Bréfritari: Lárus Bjarnason
Dagsetning: A-1898-01-10
Skrifað á: Vesturheimi

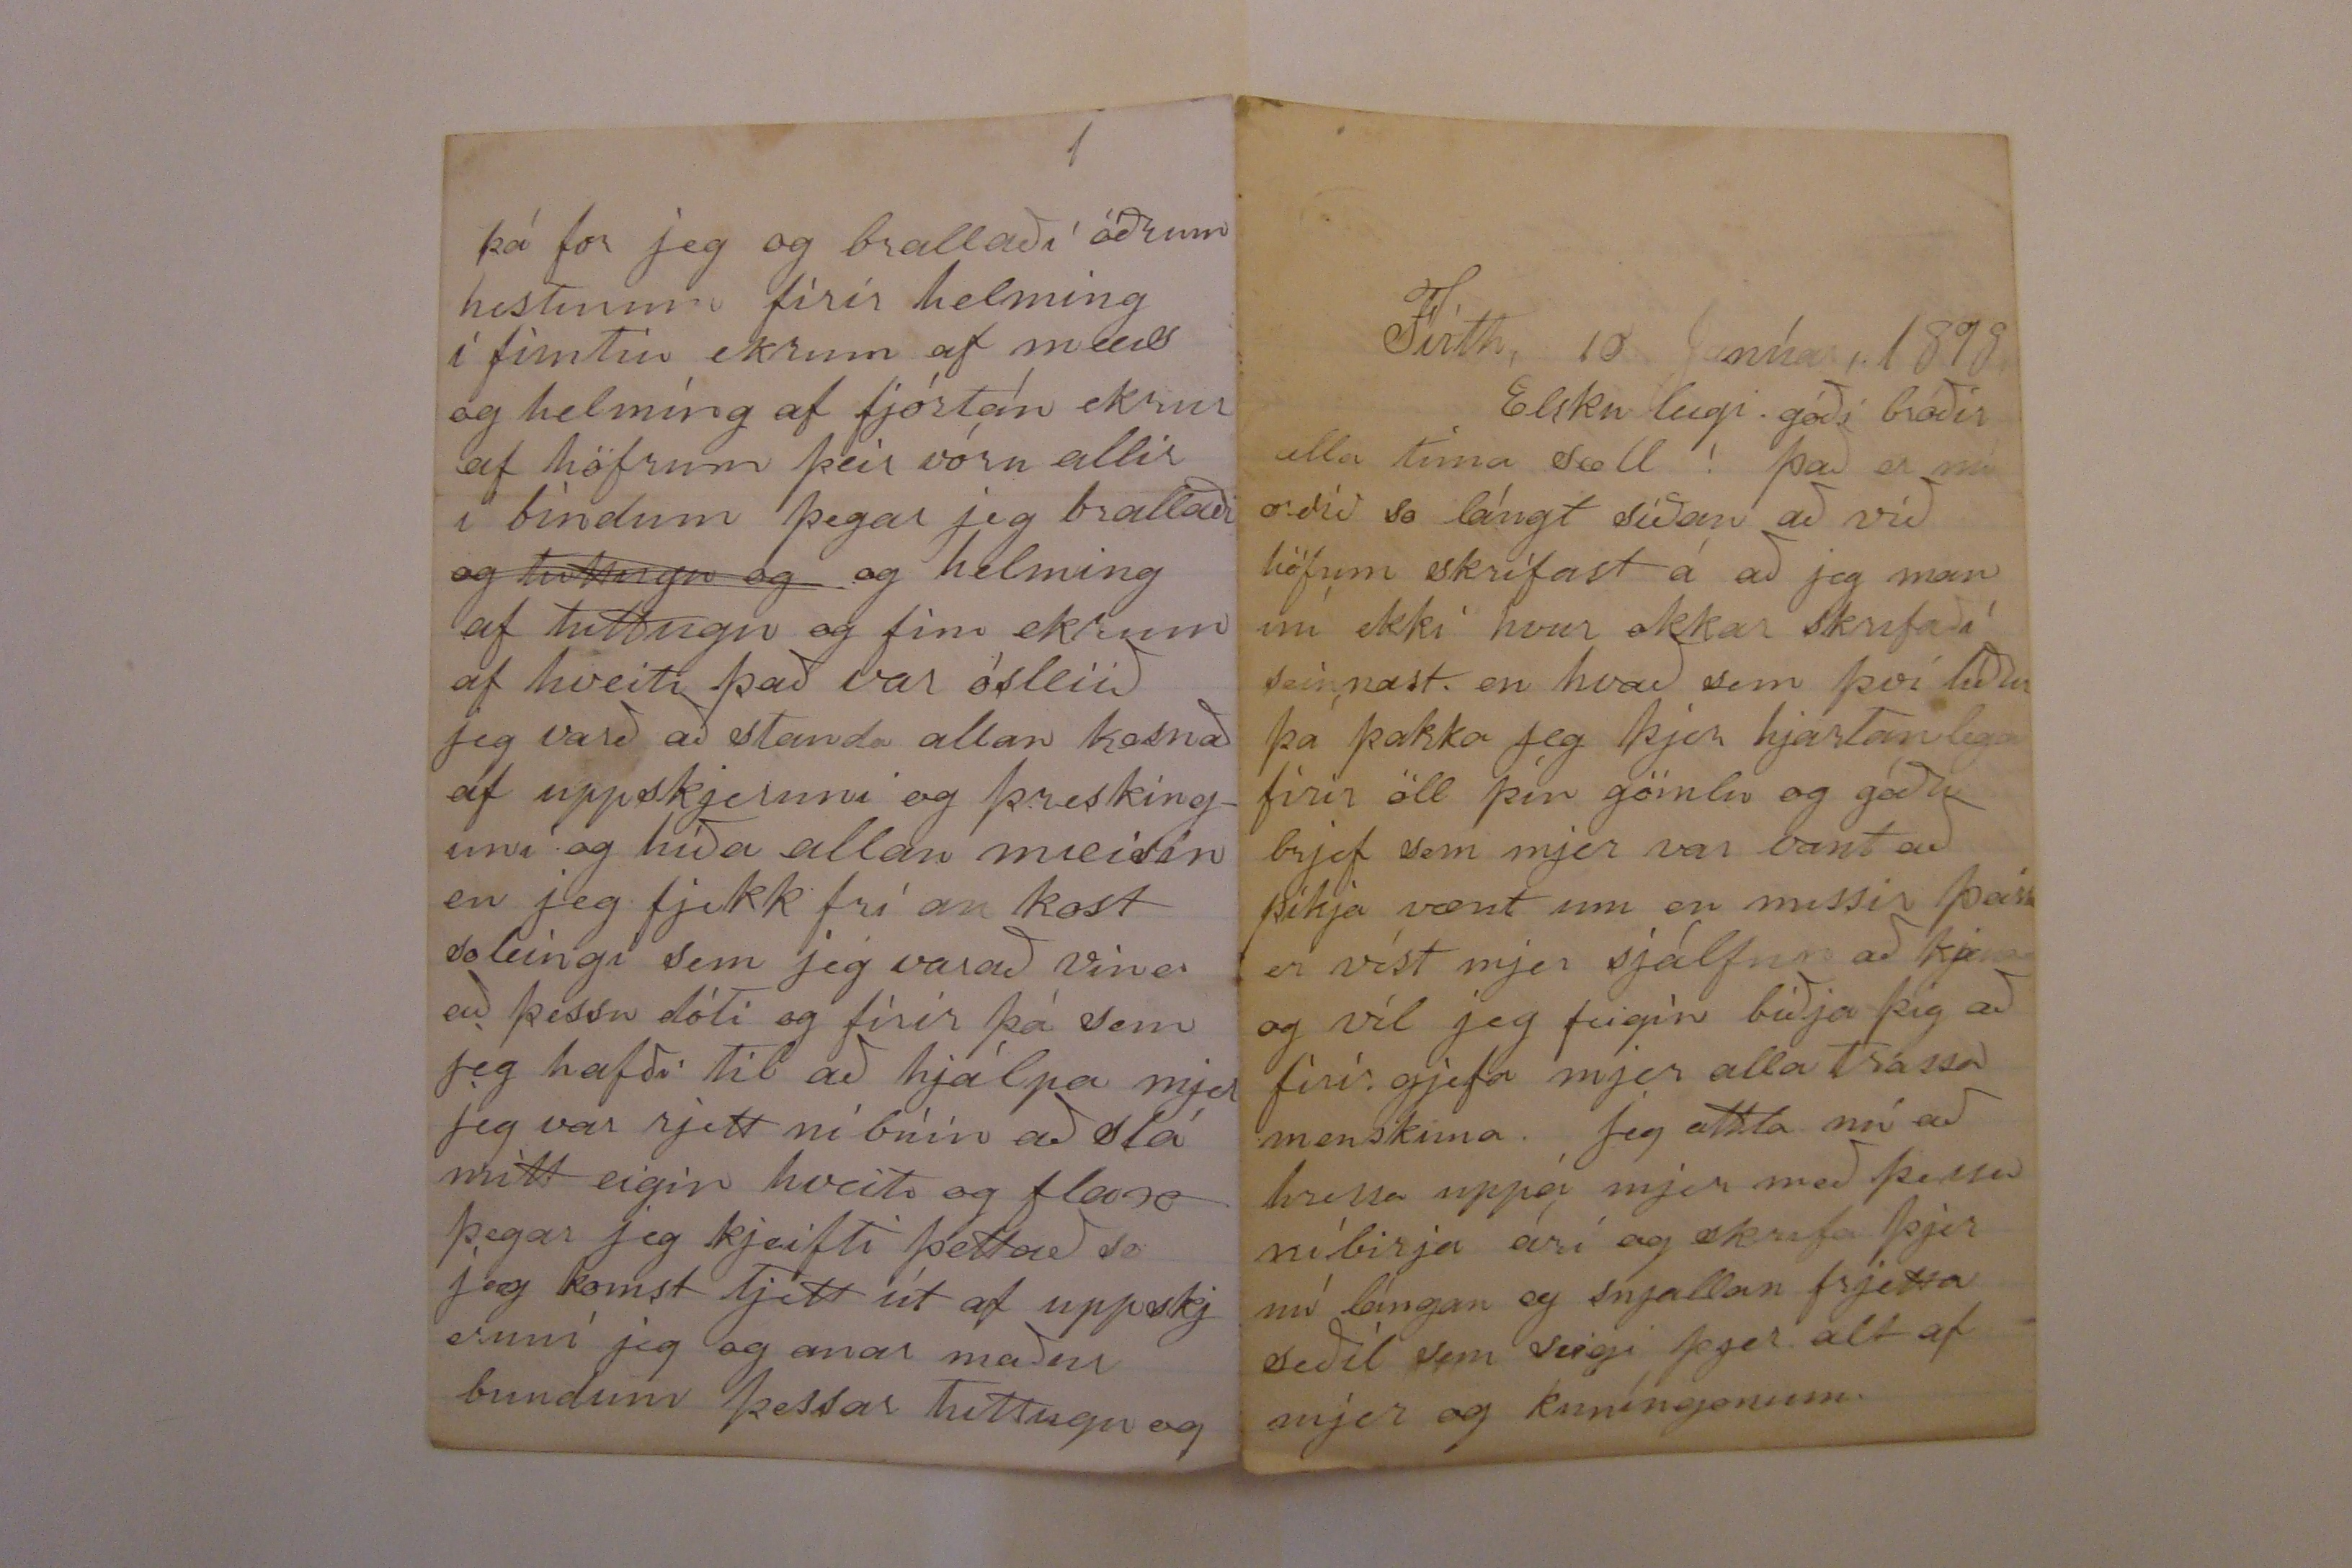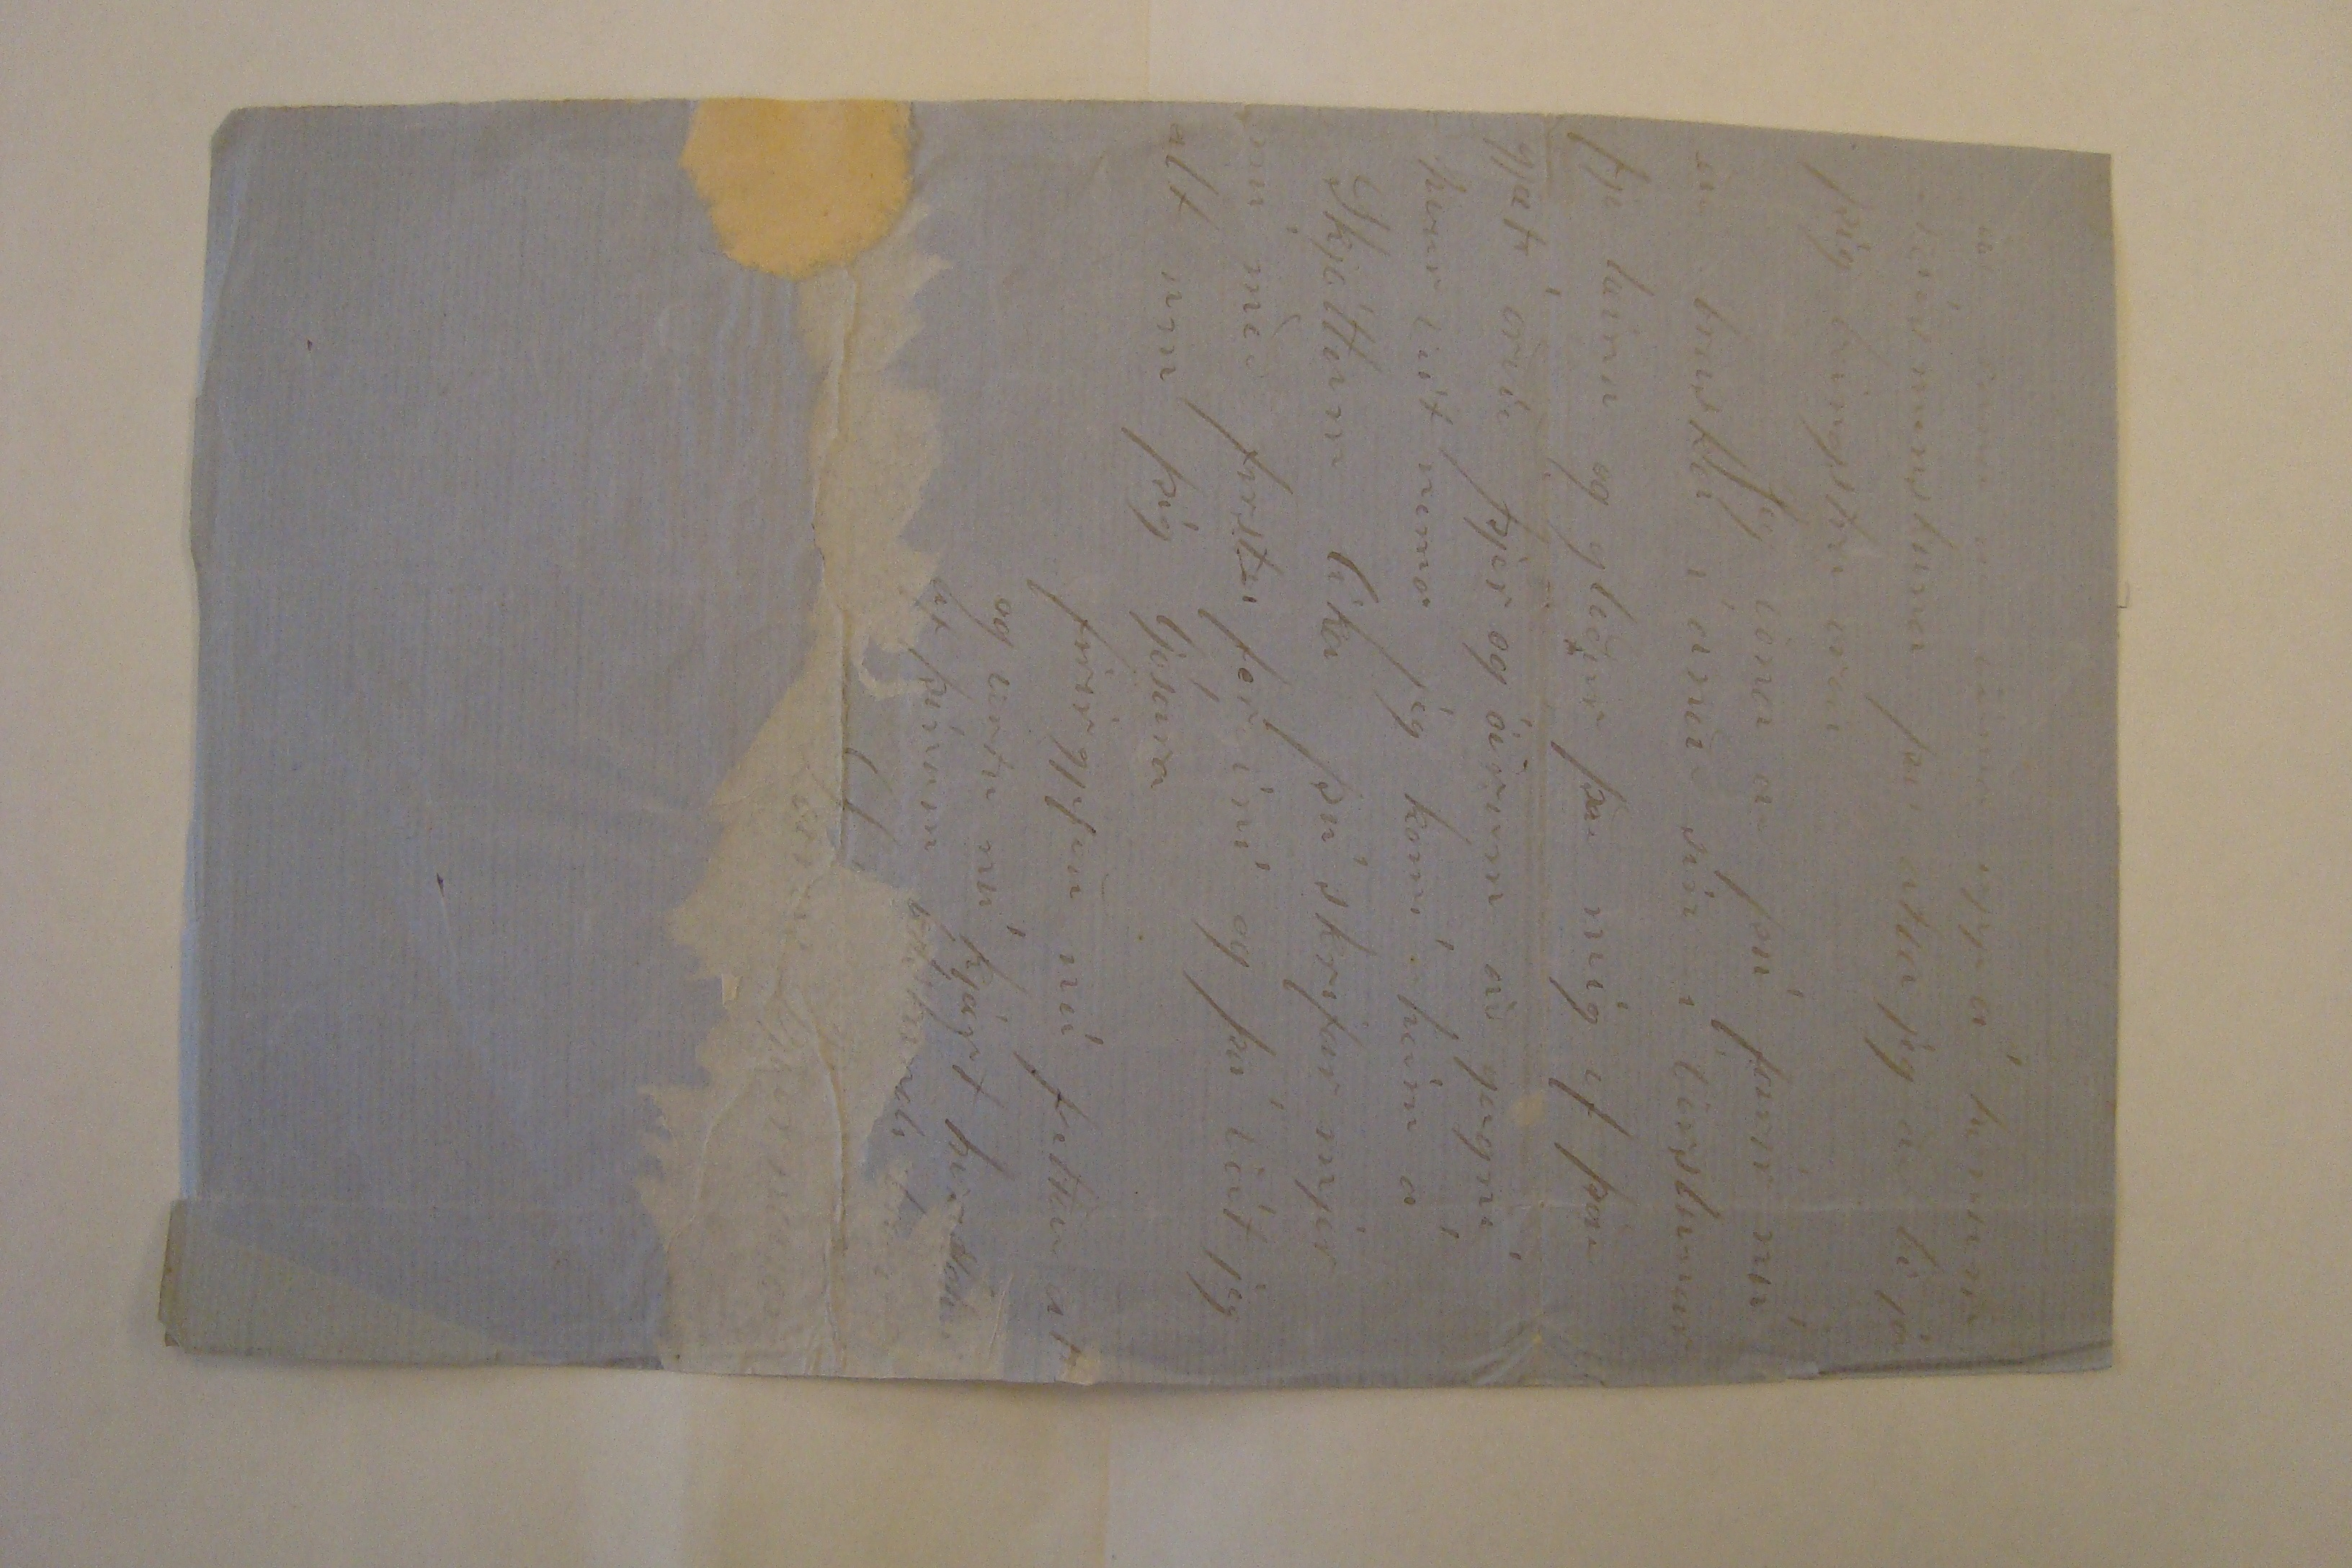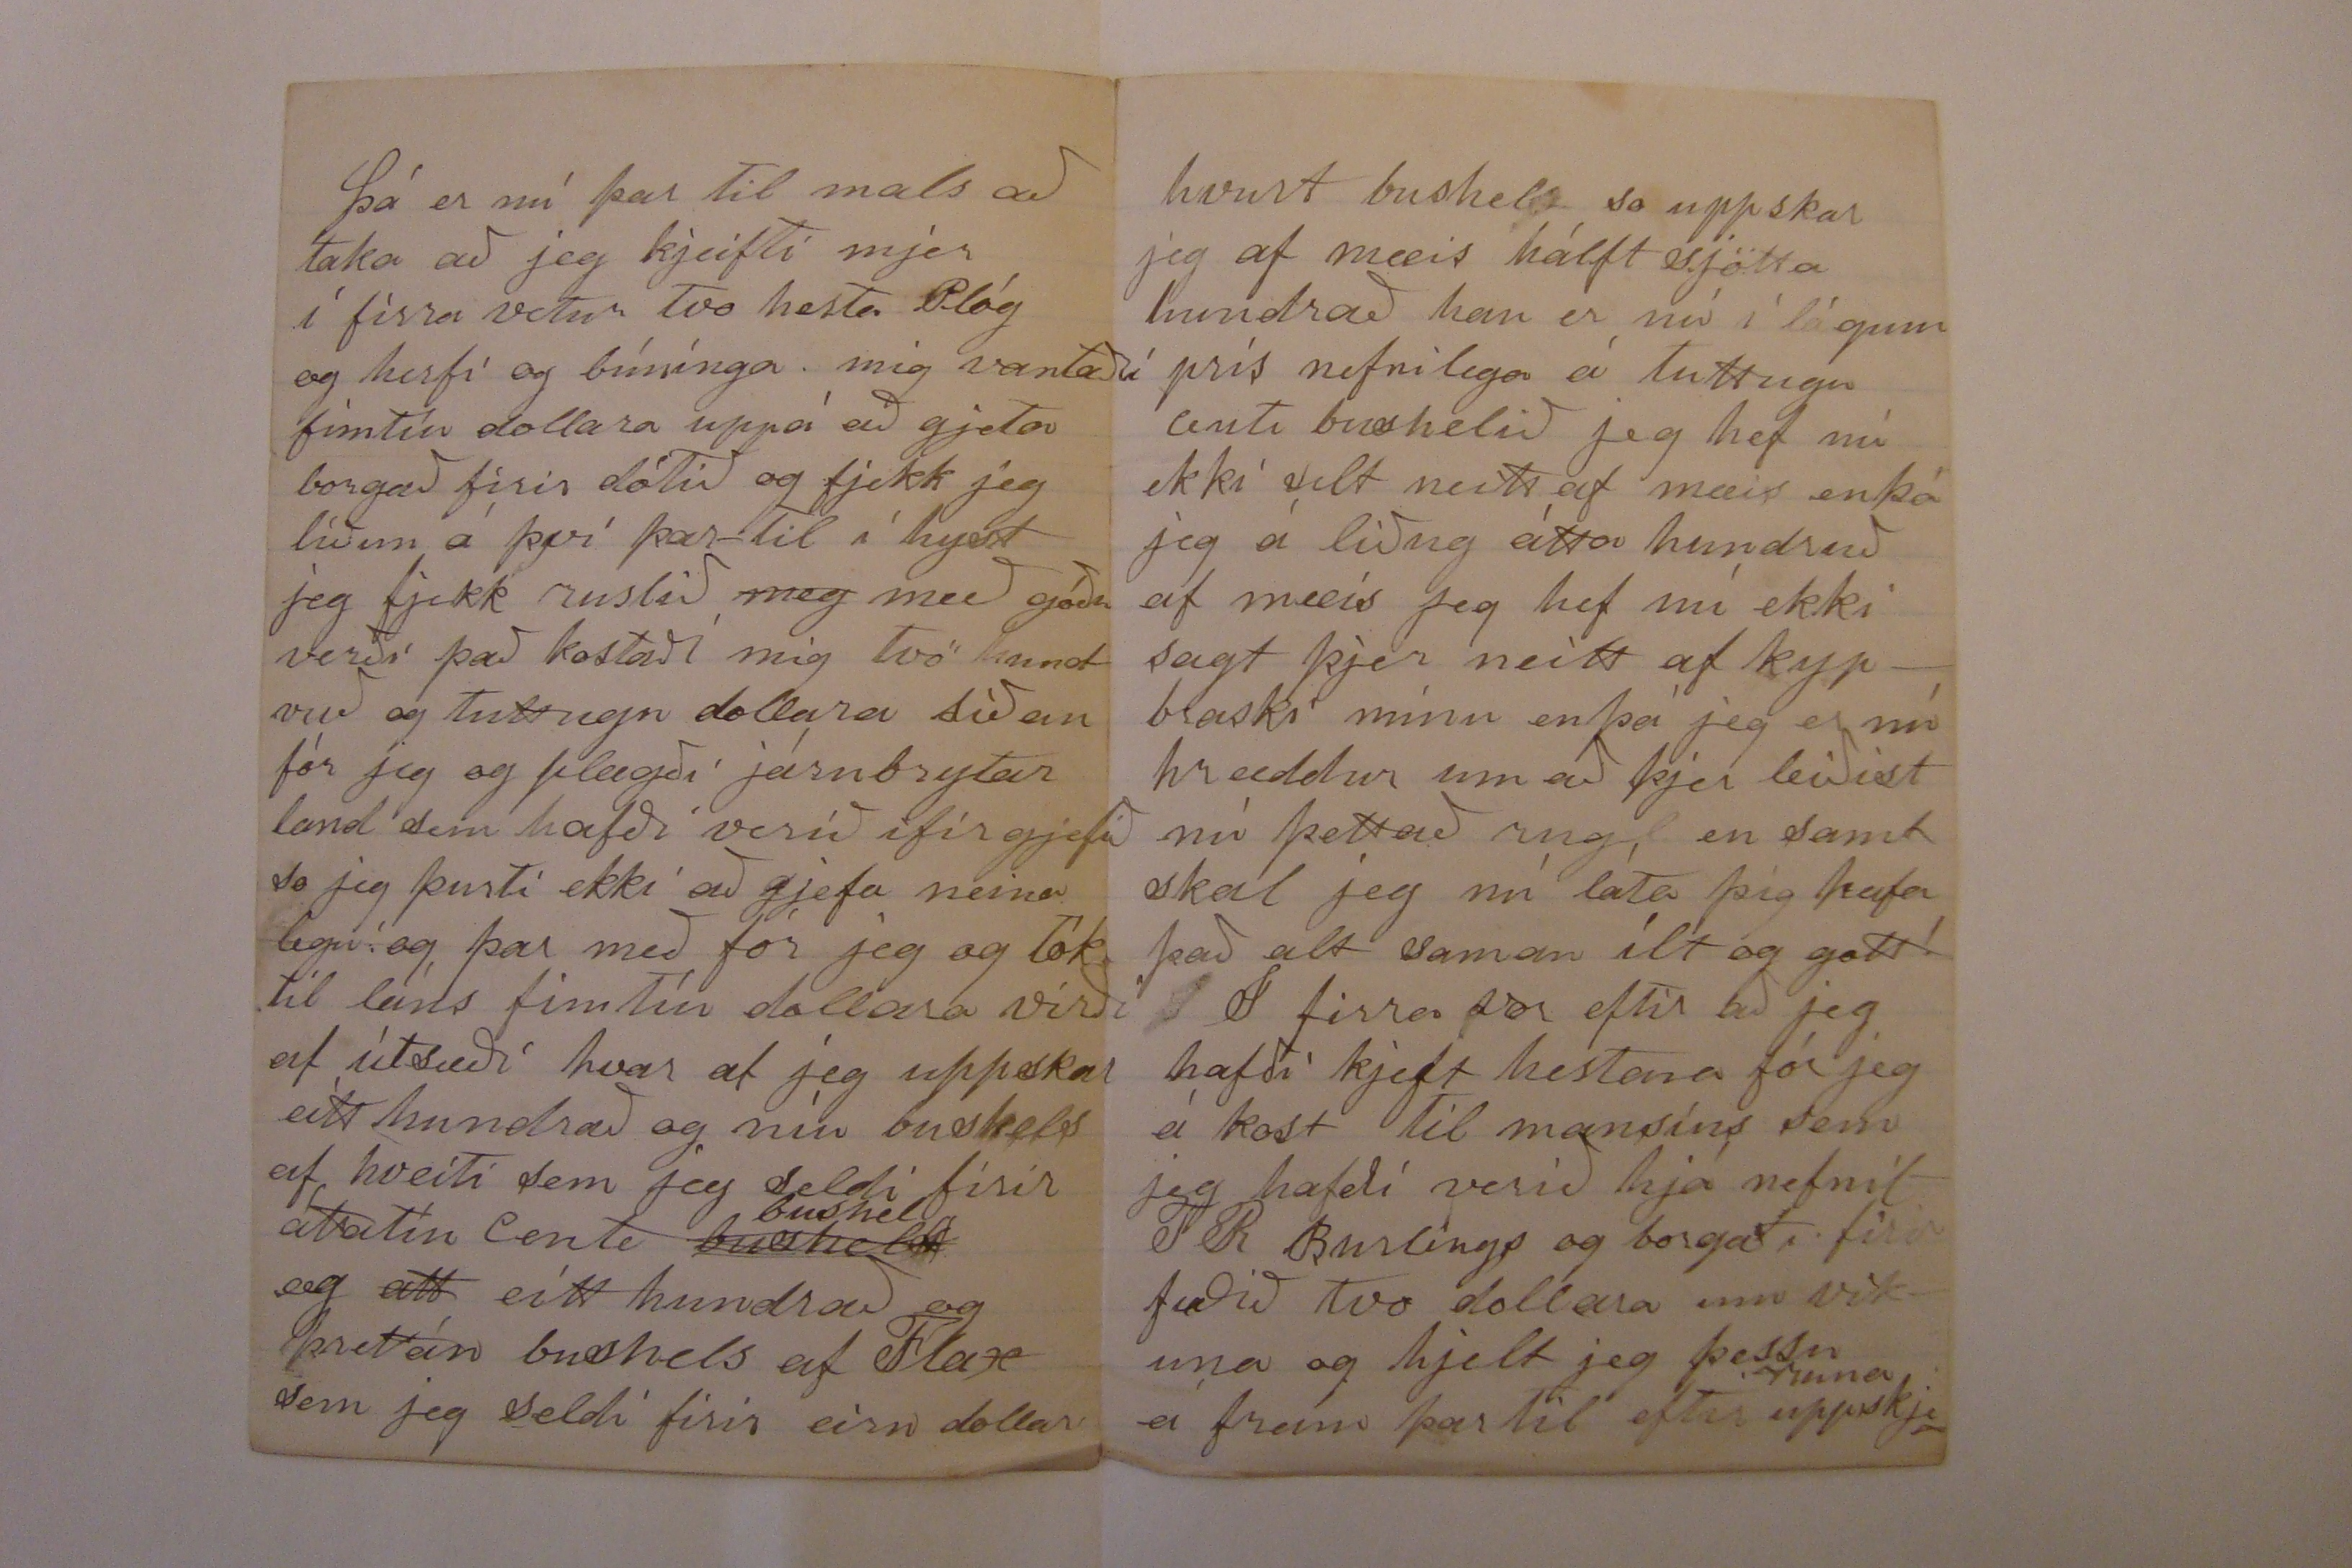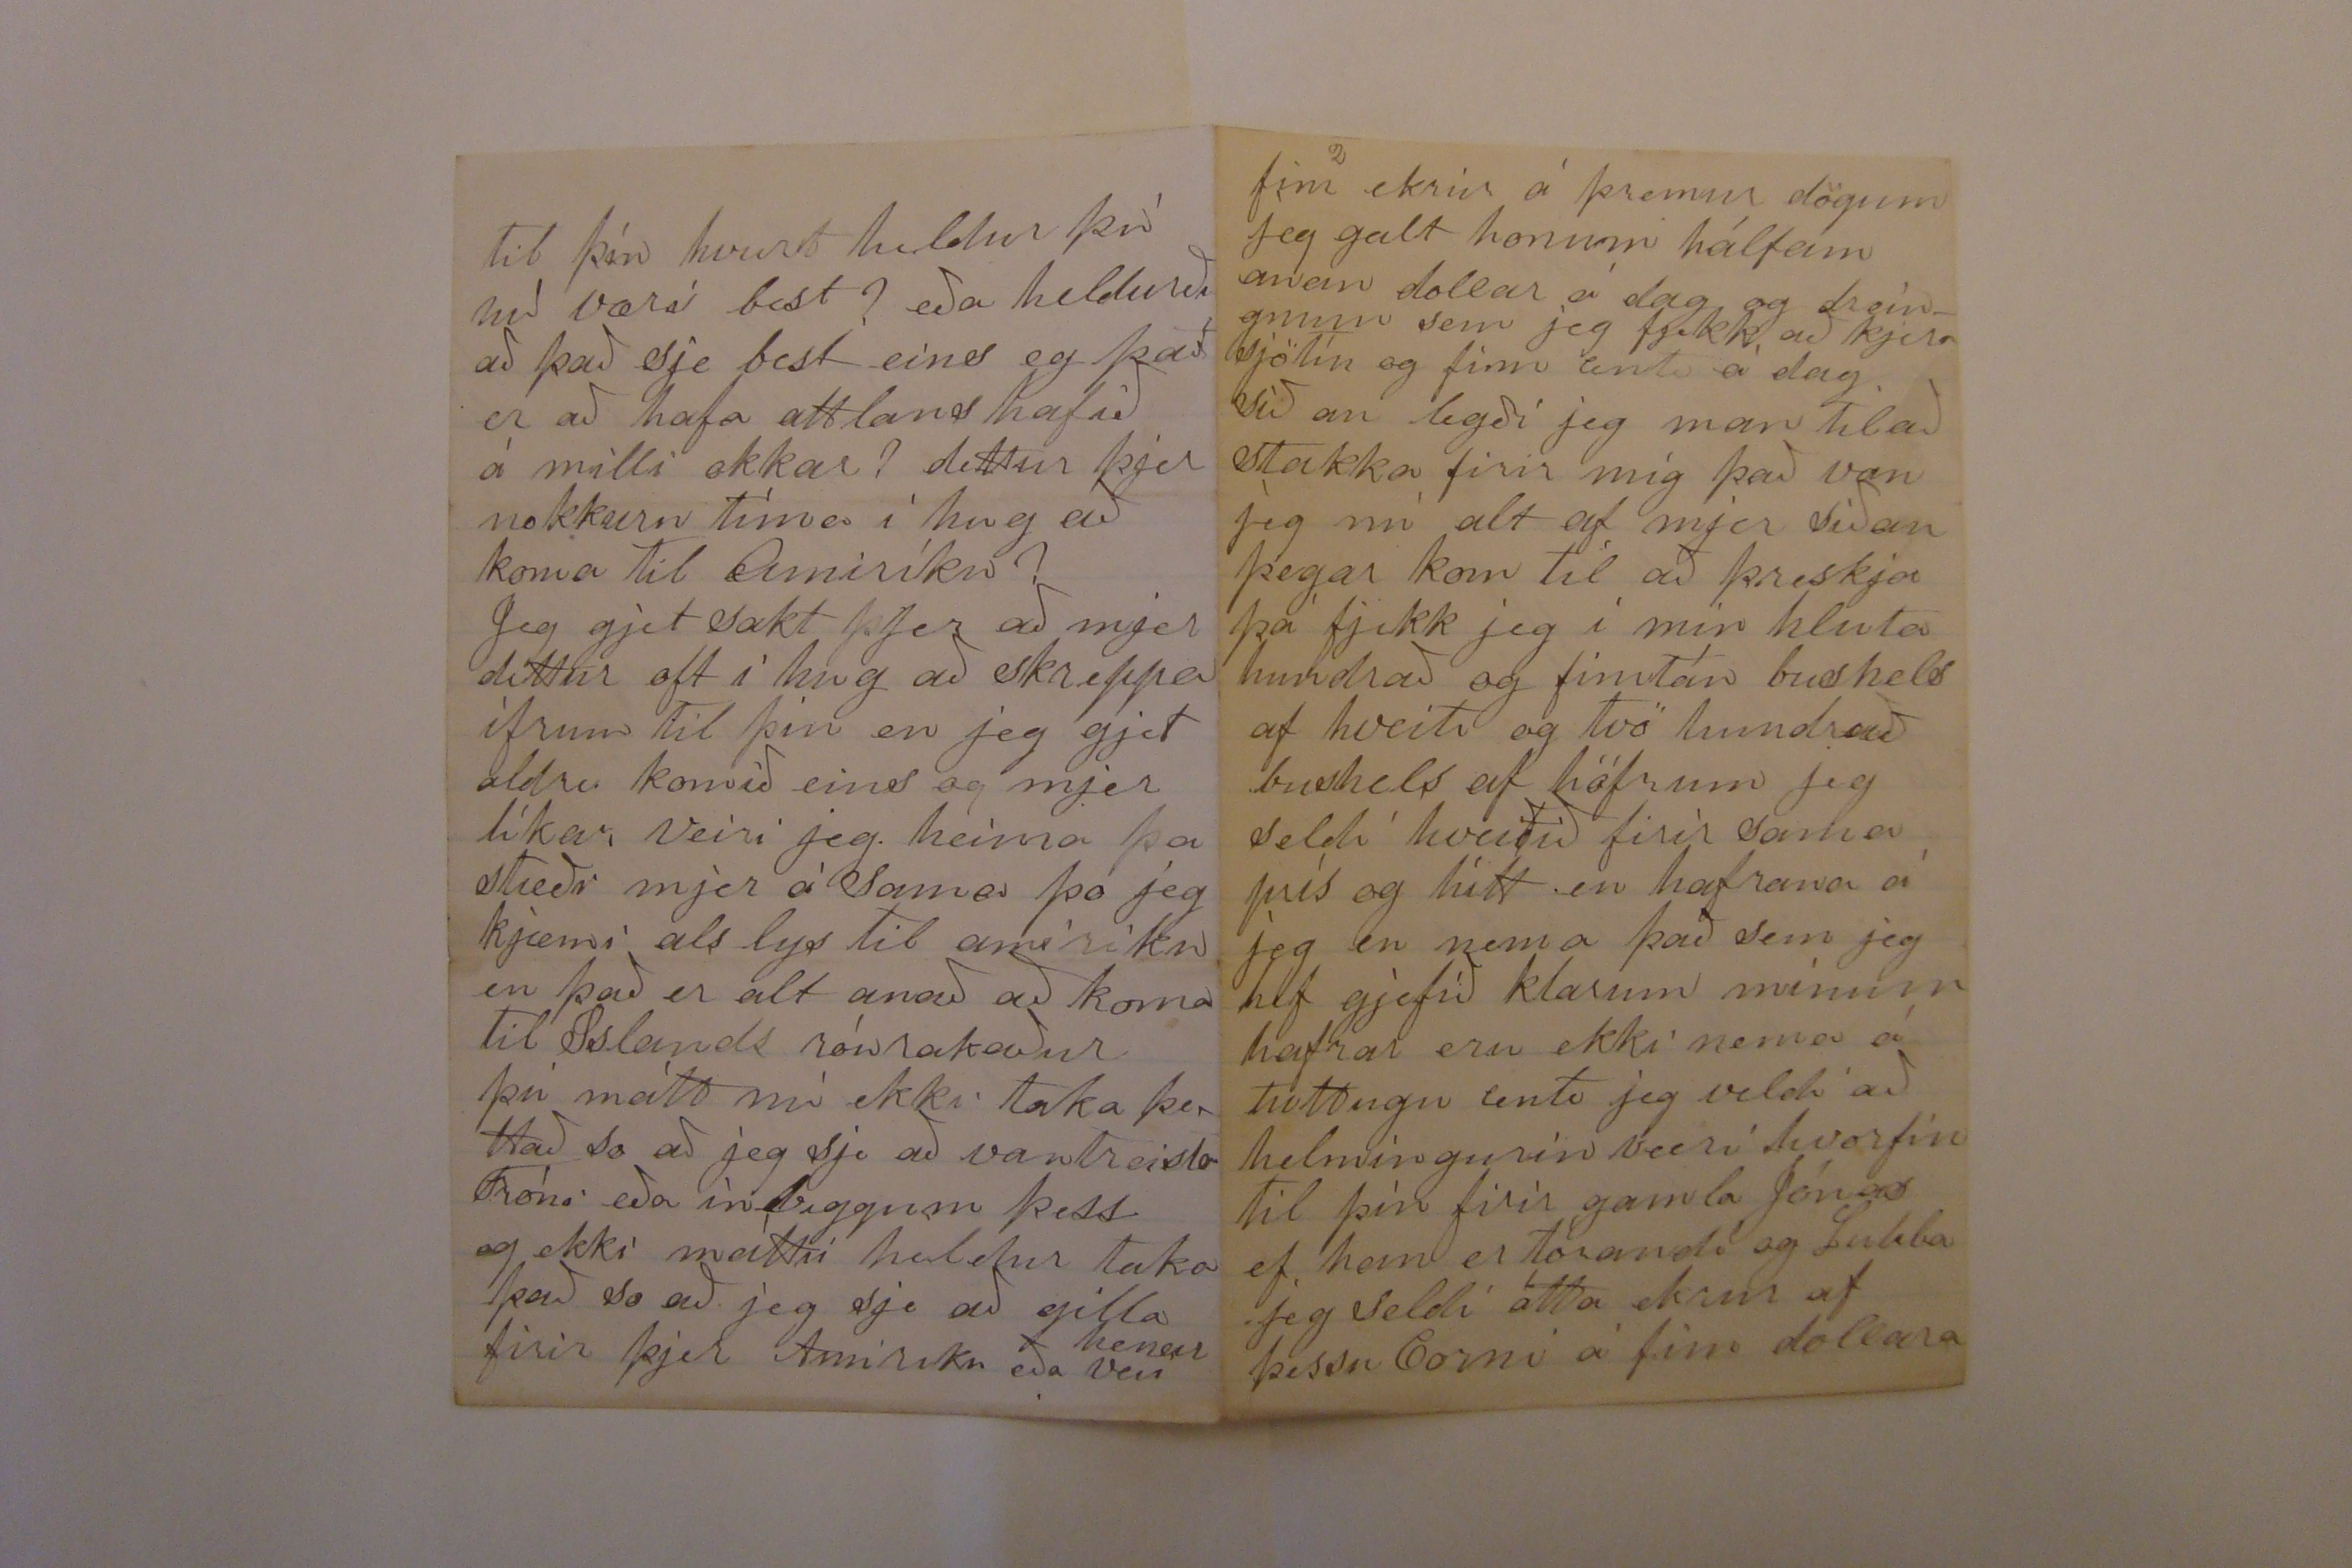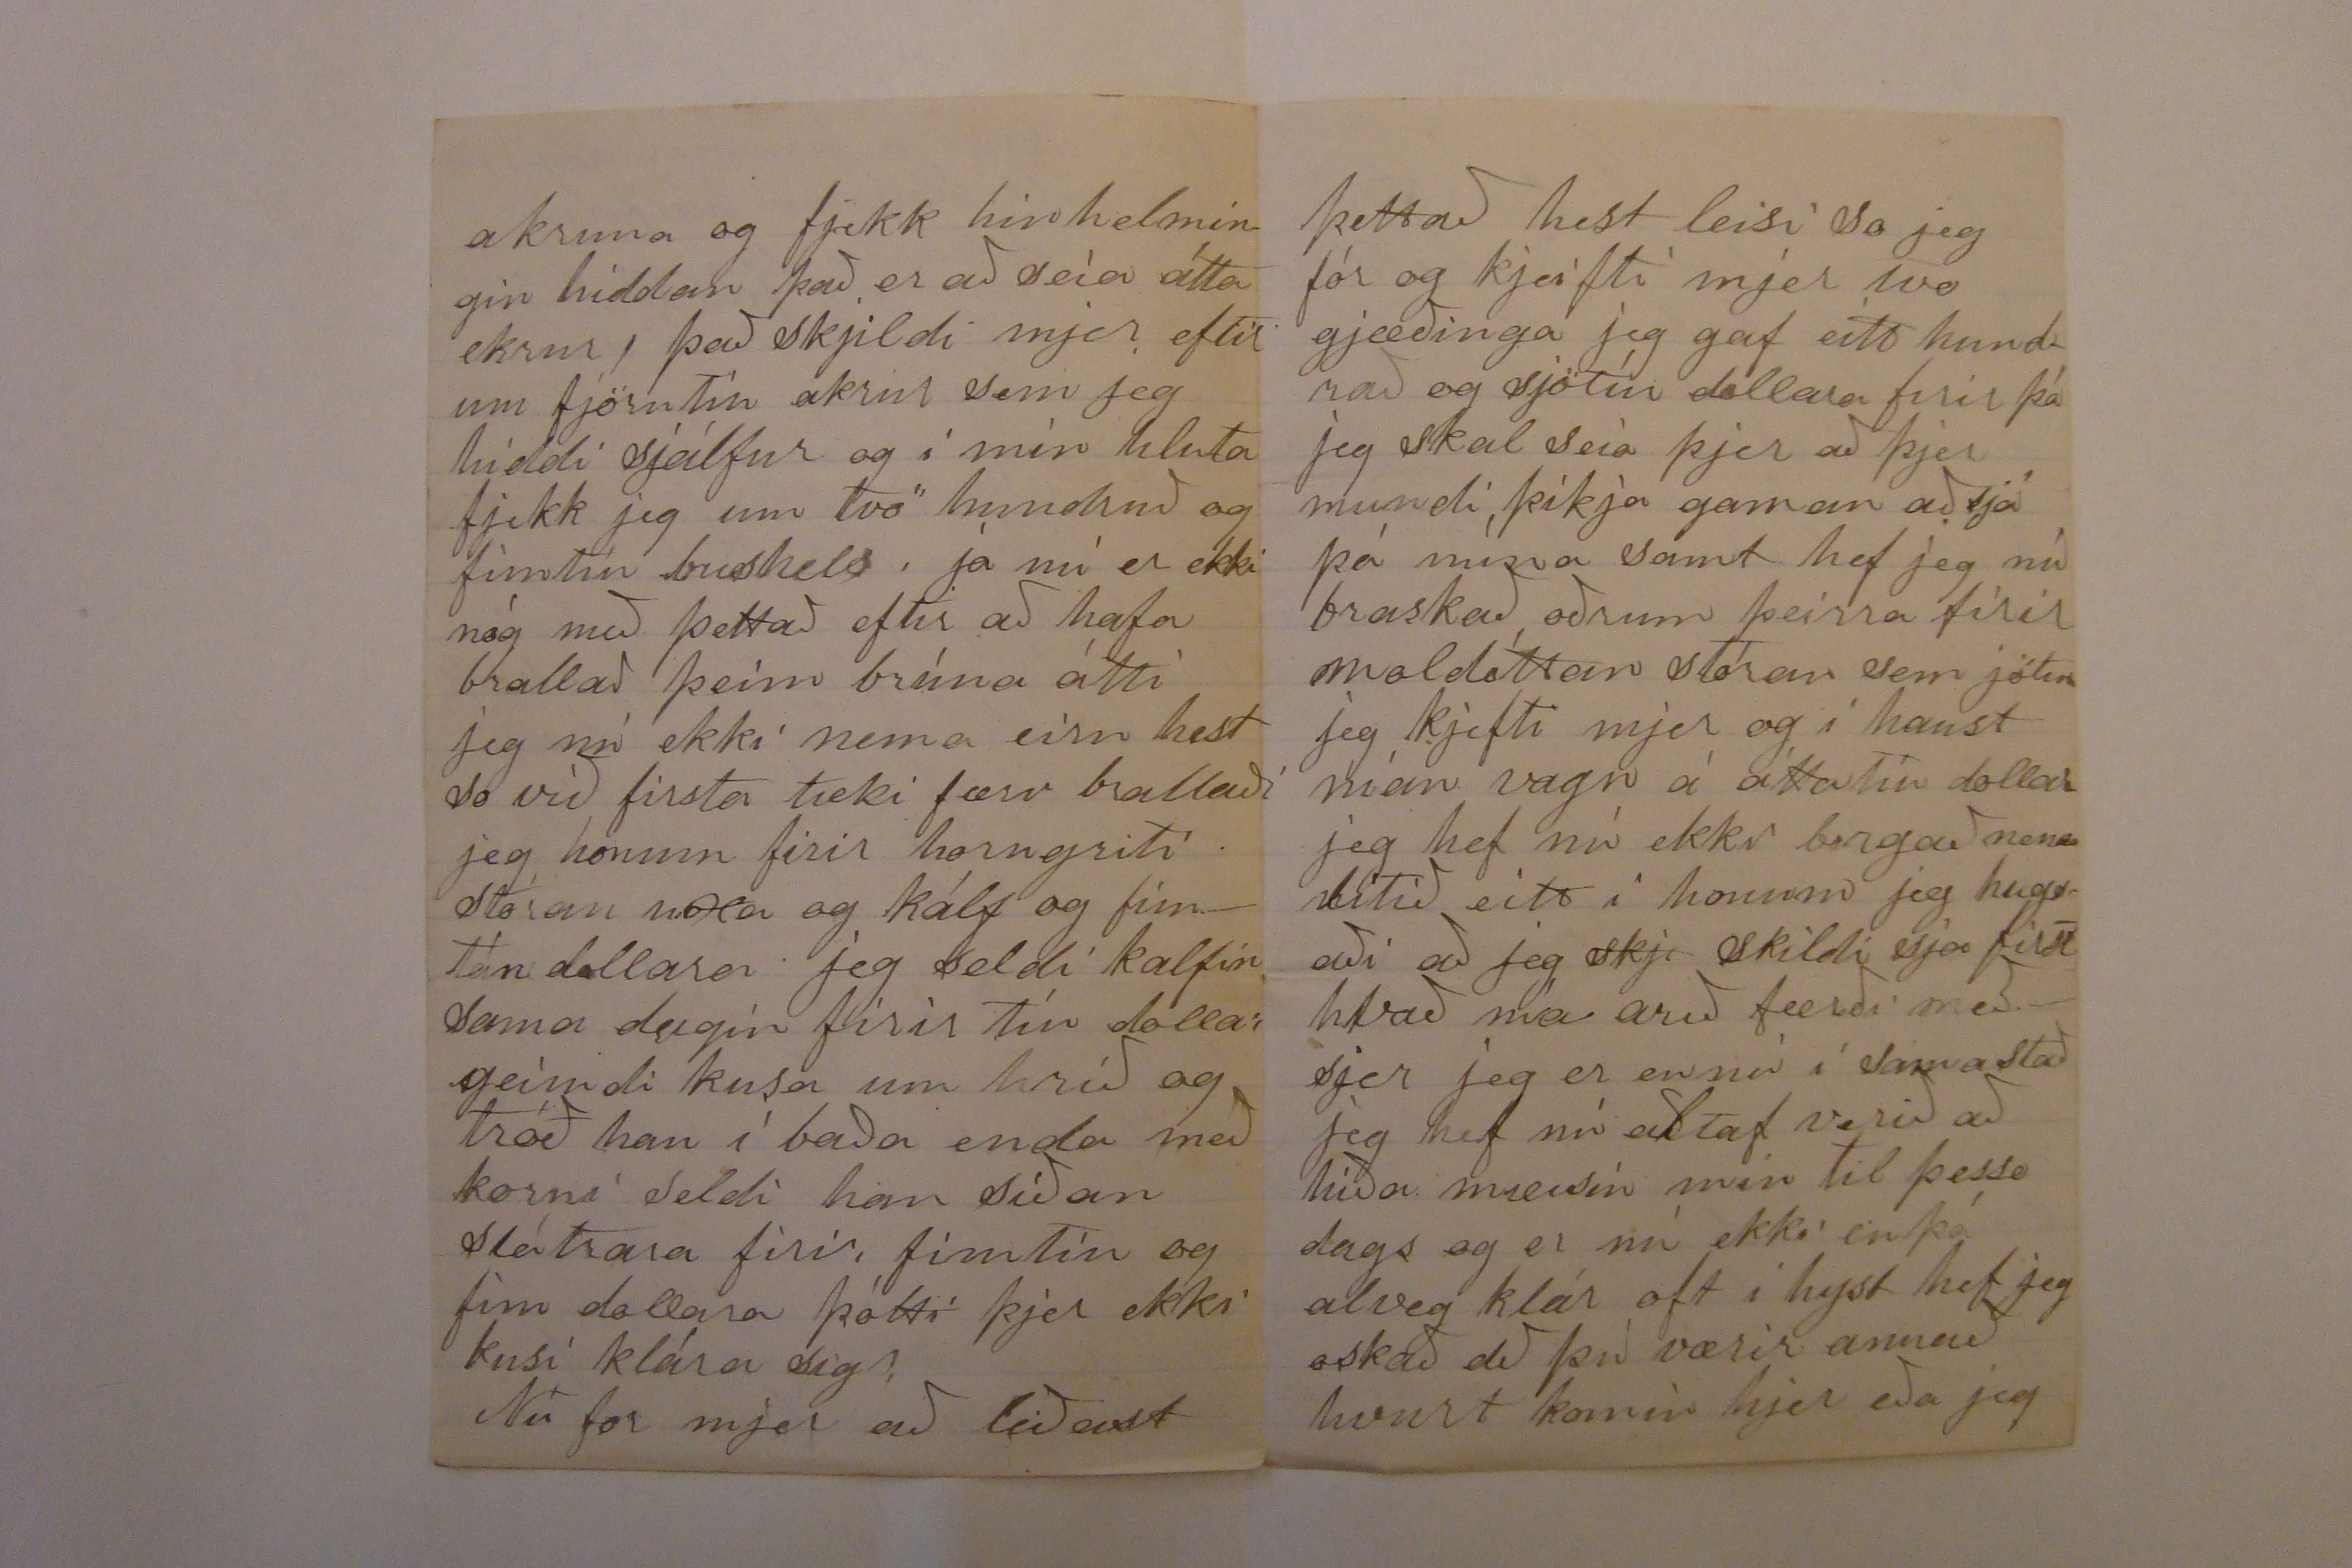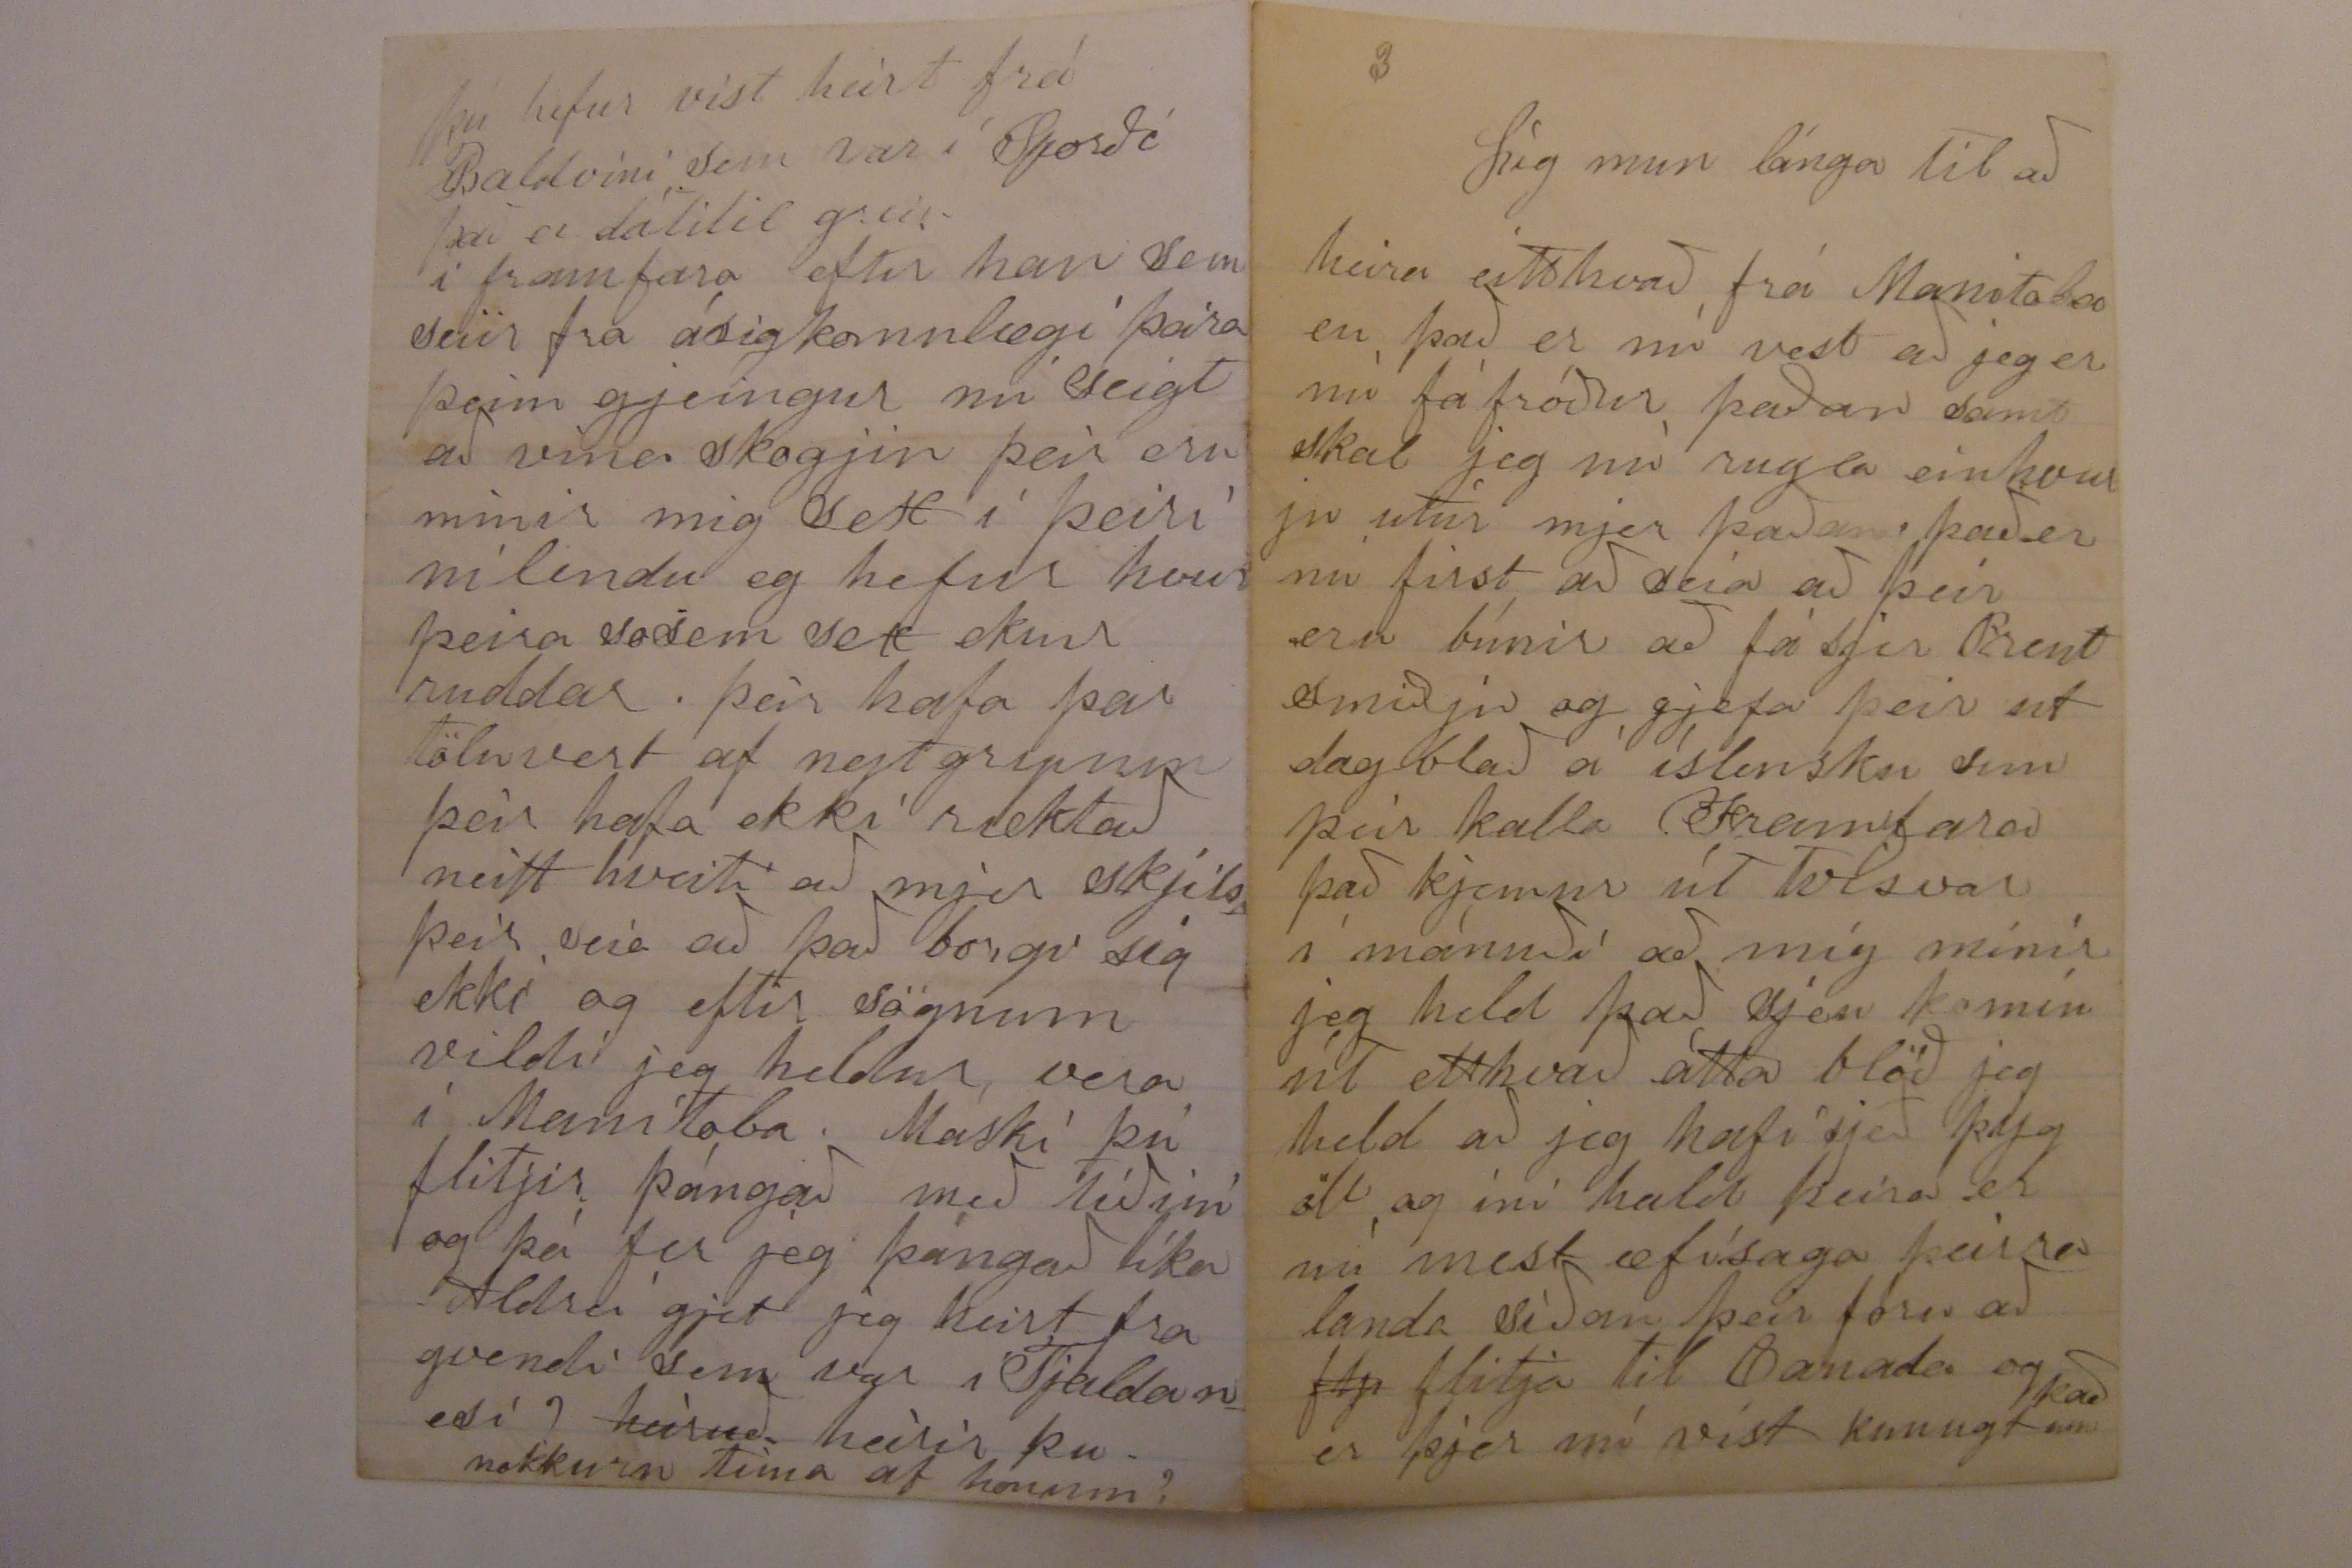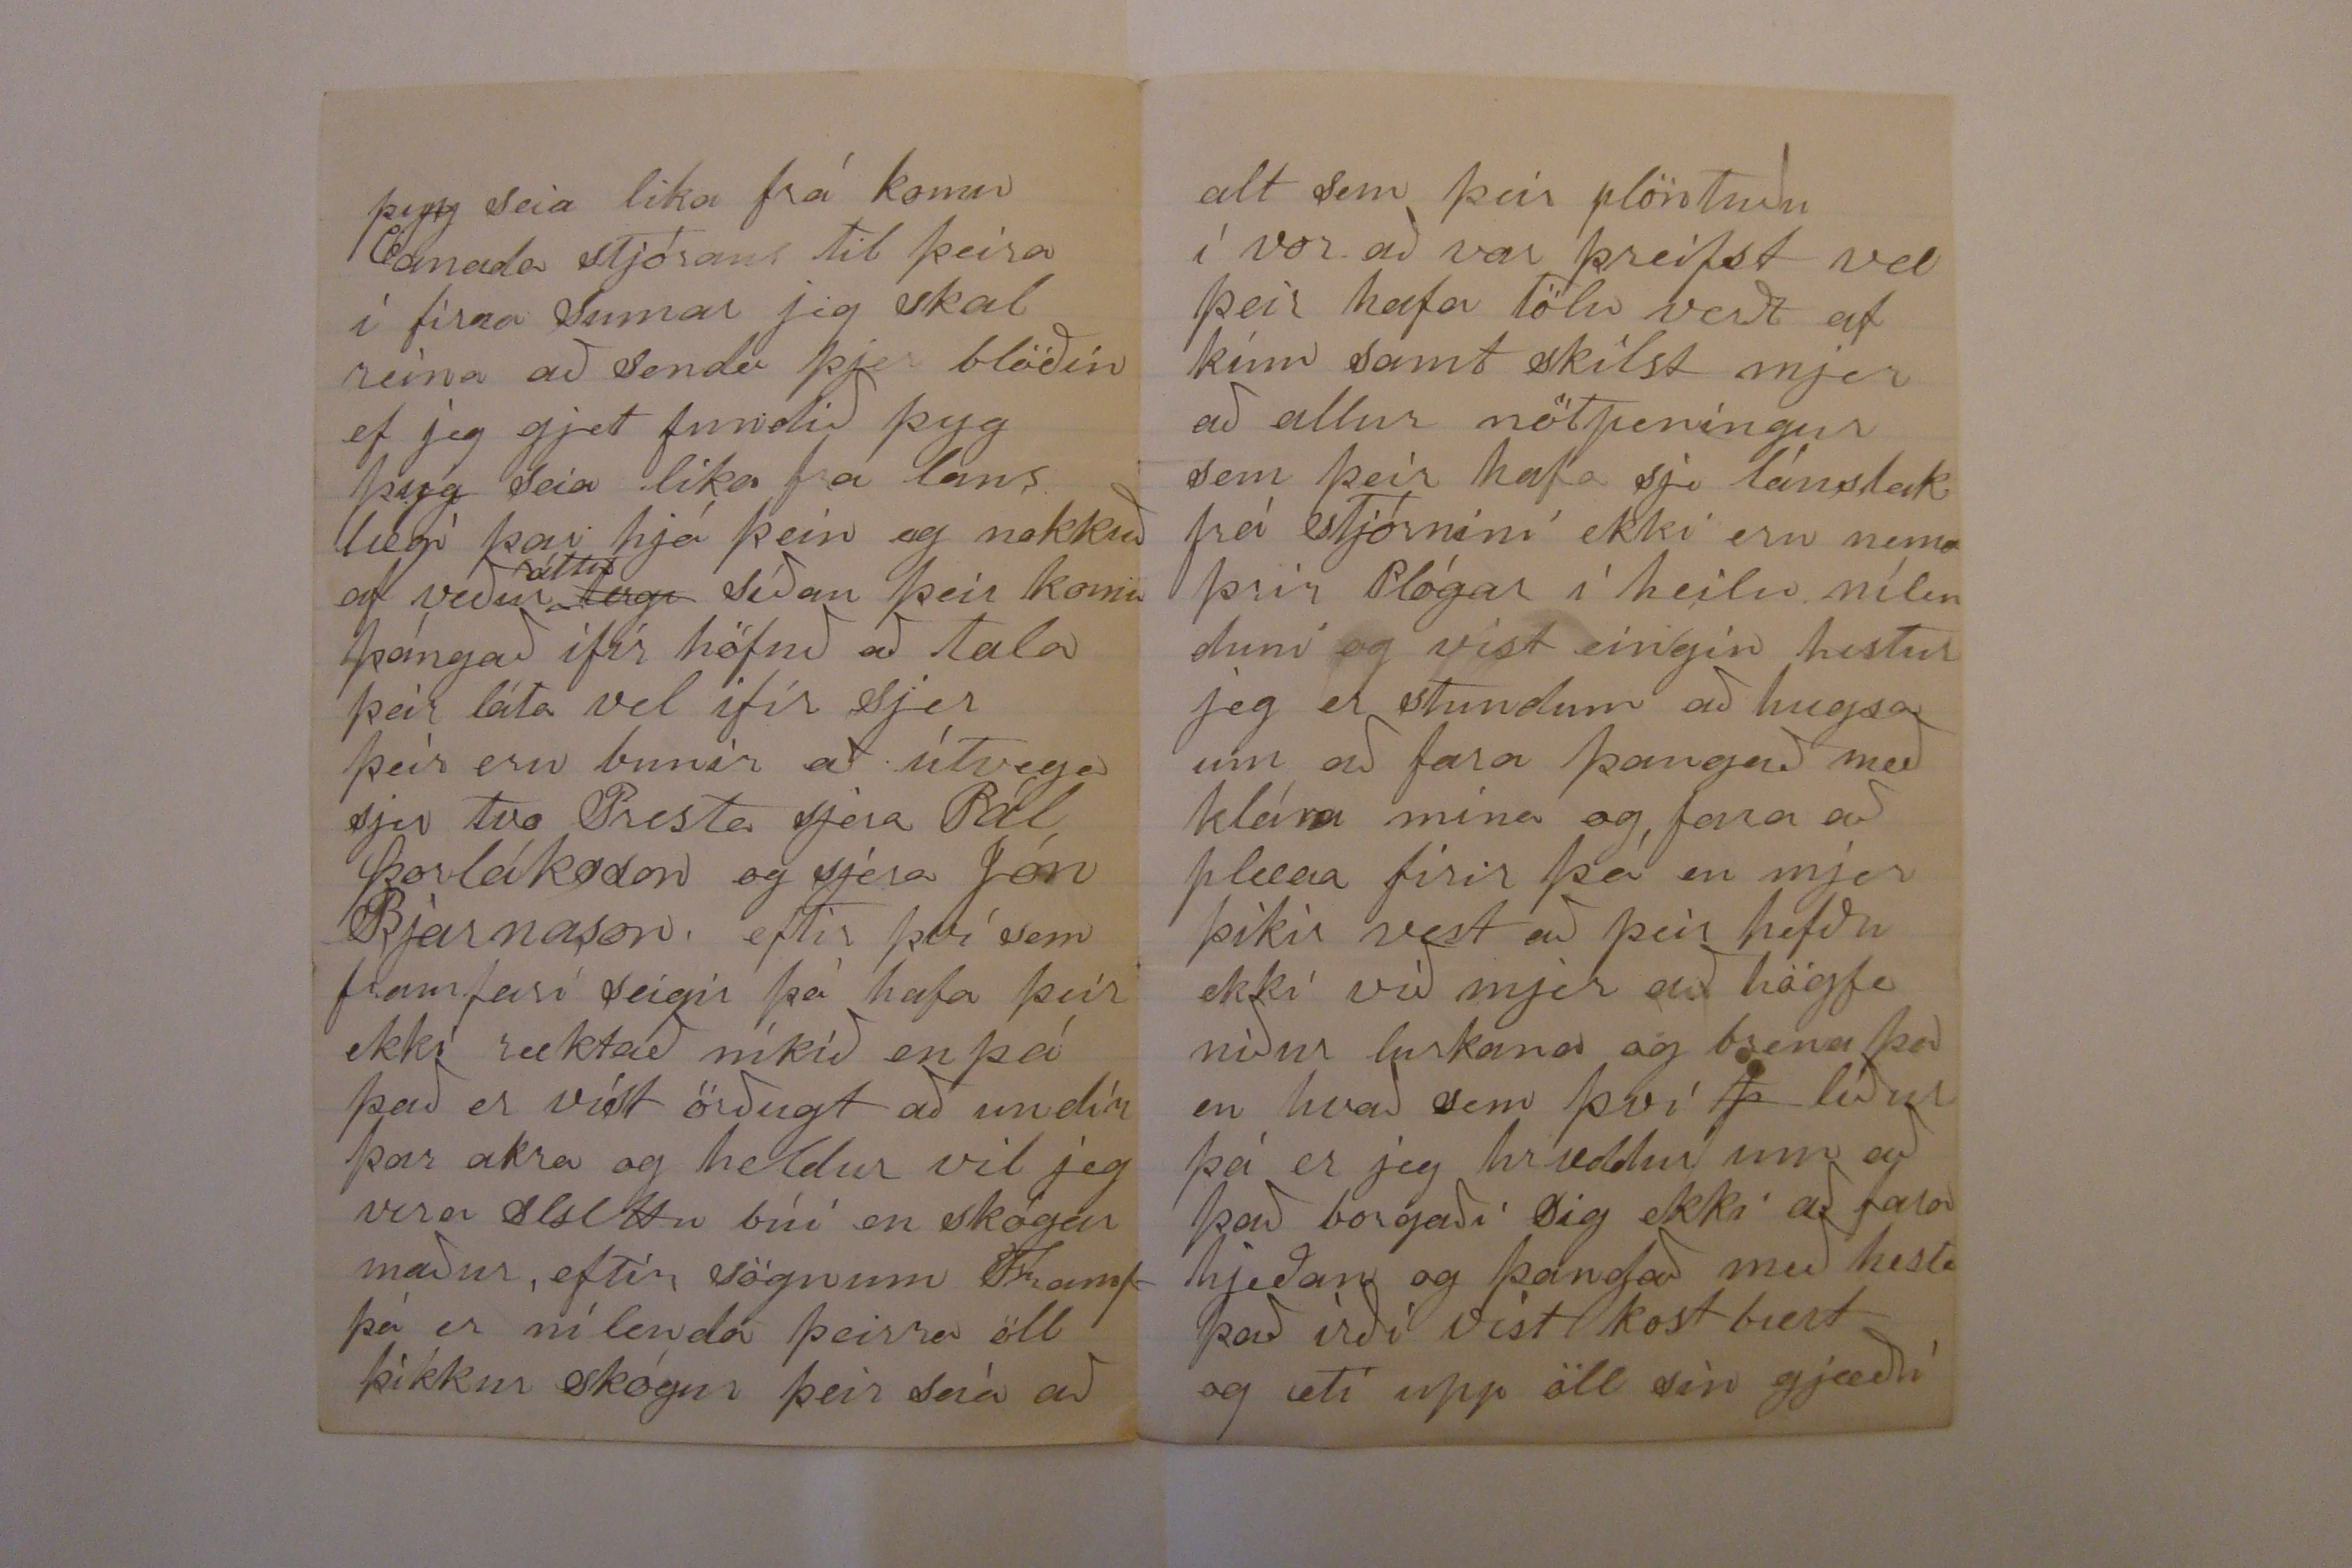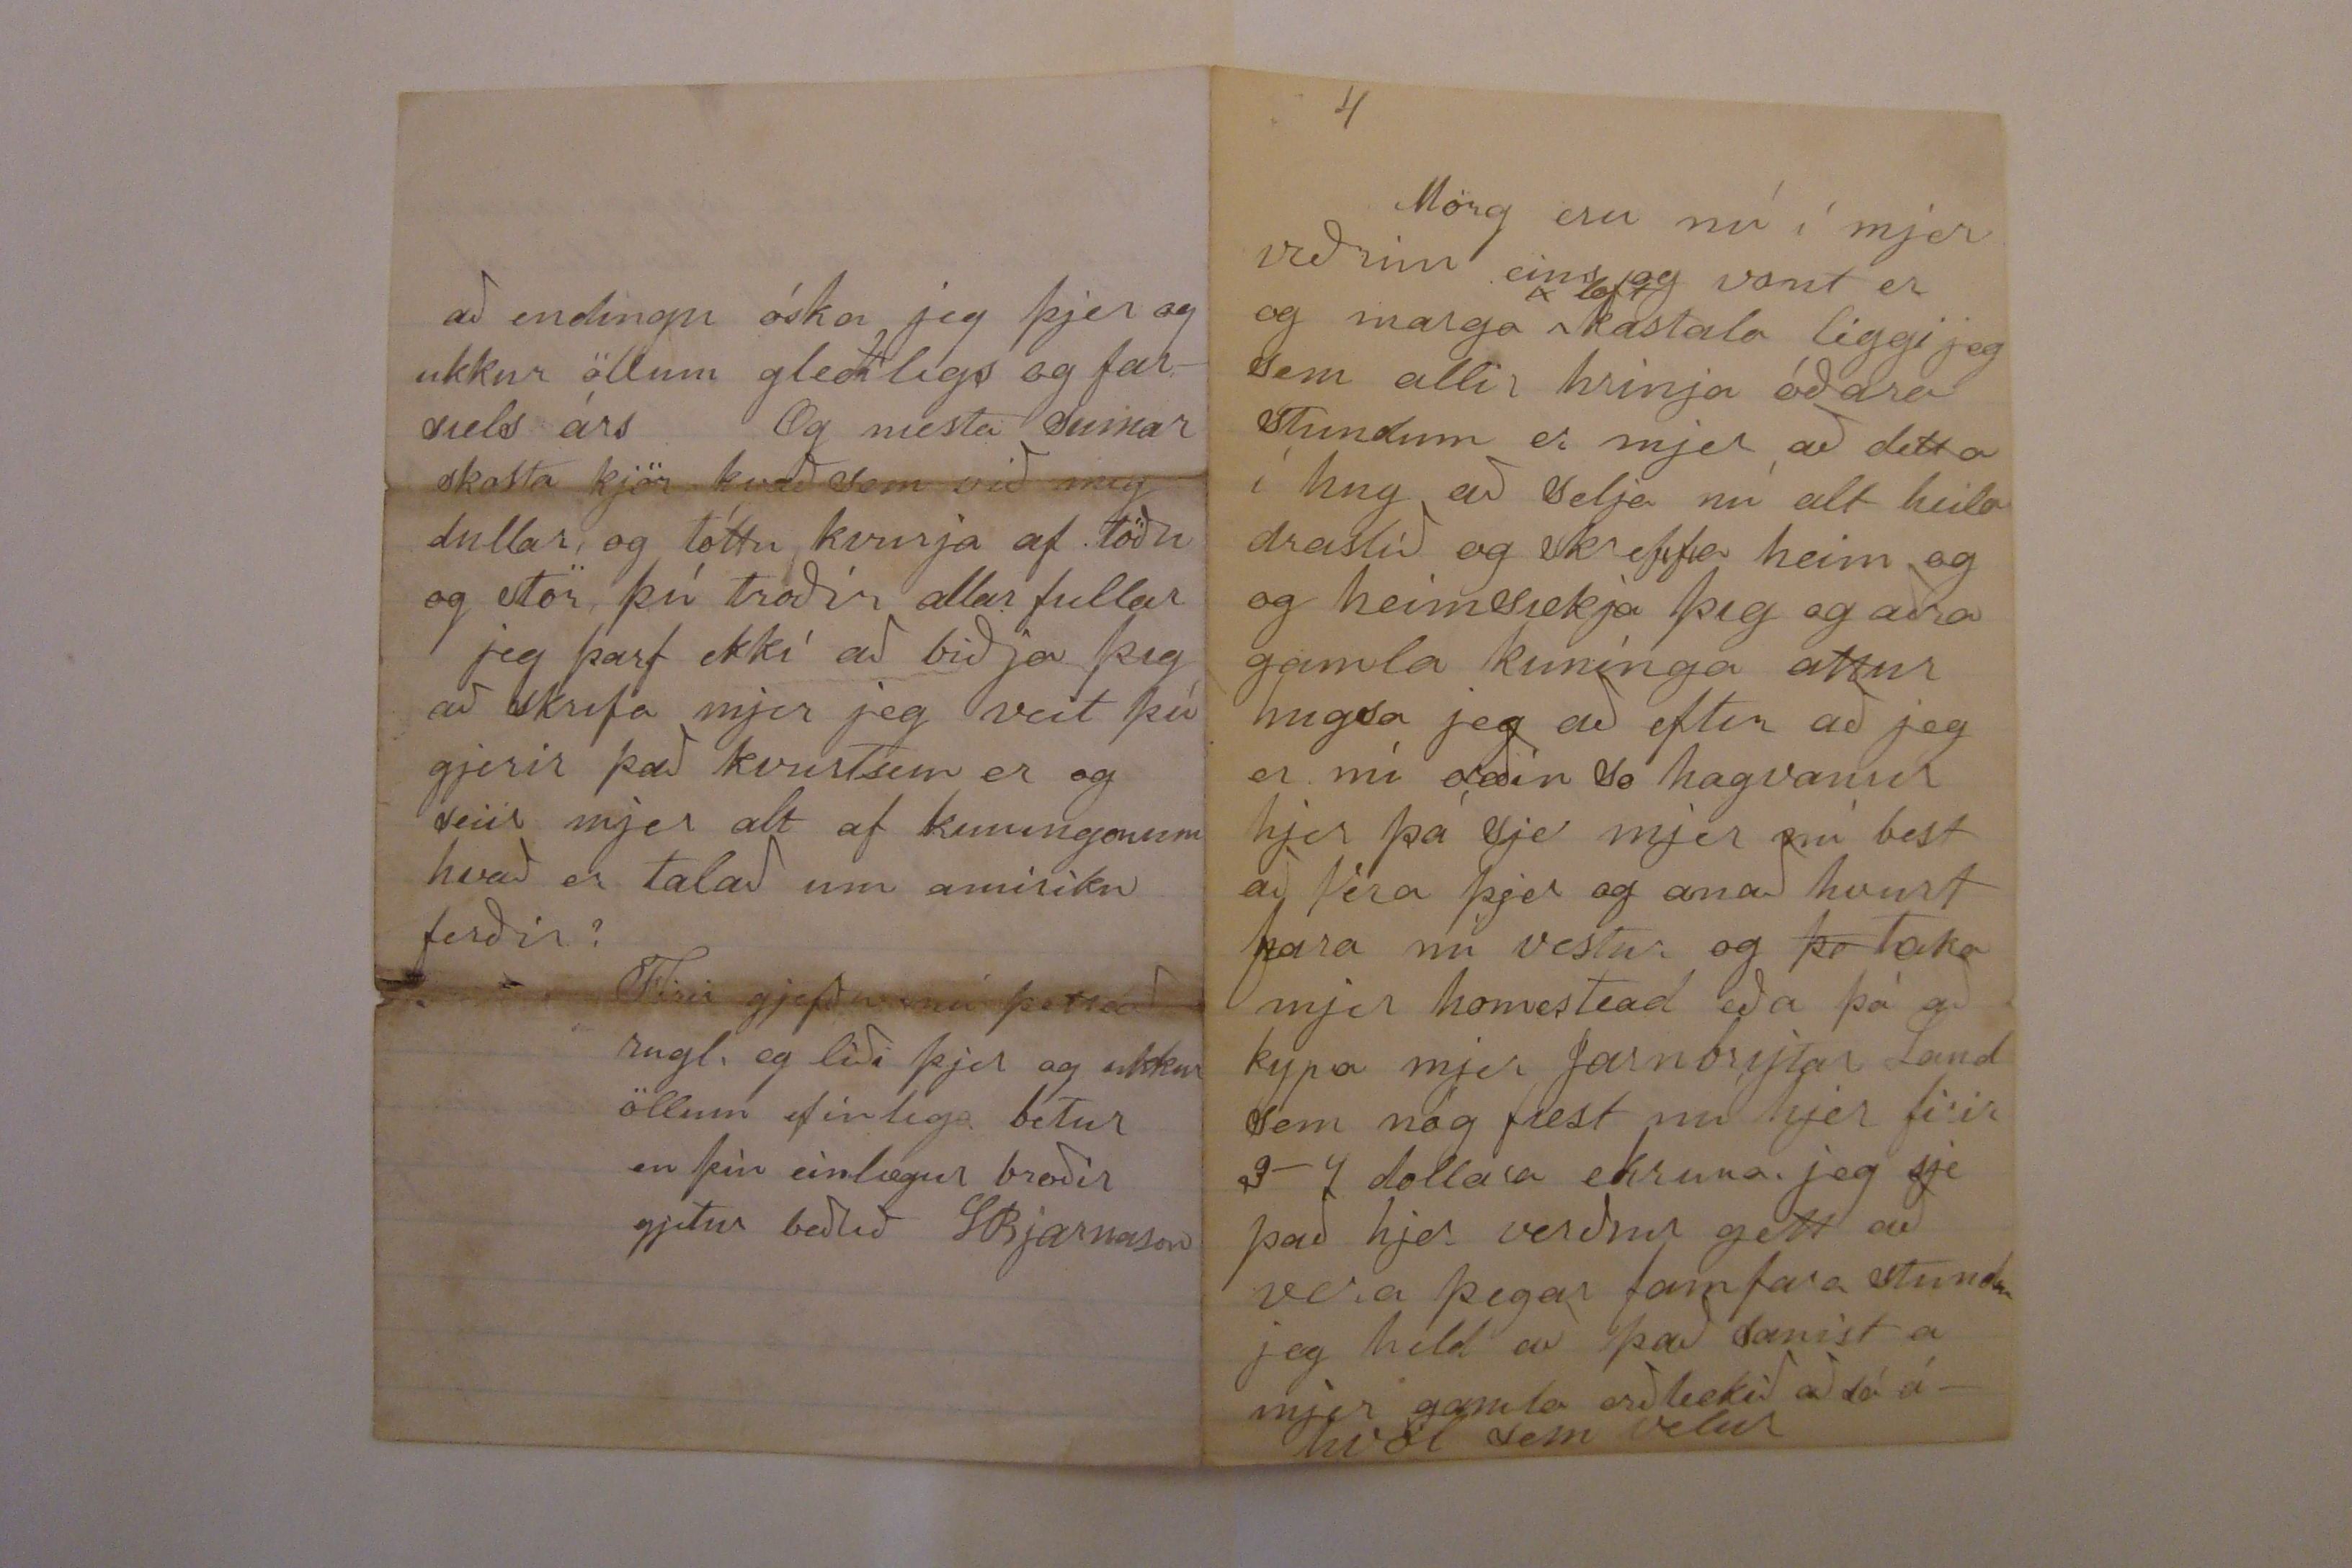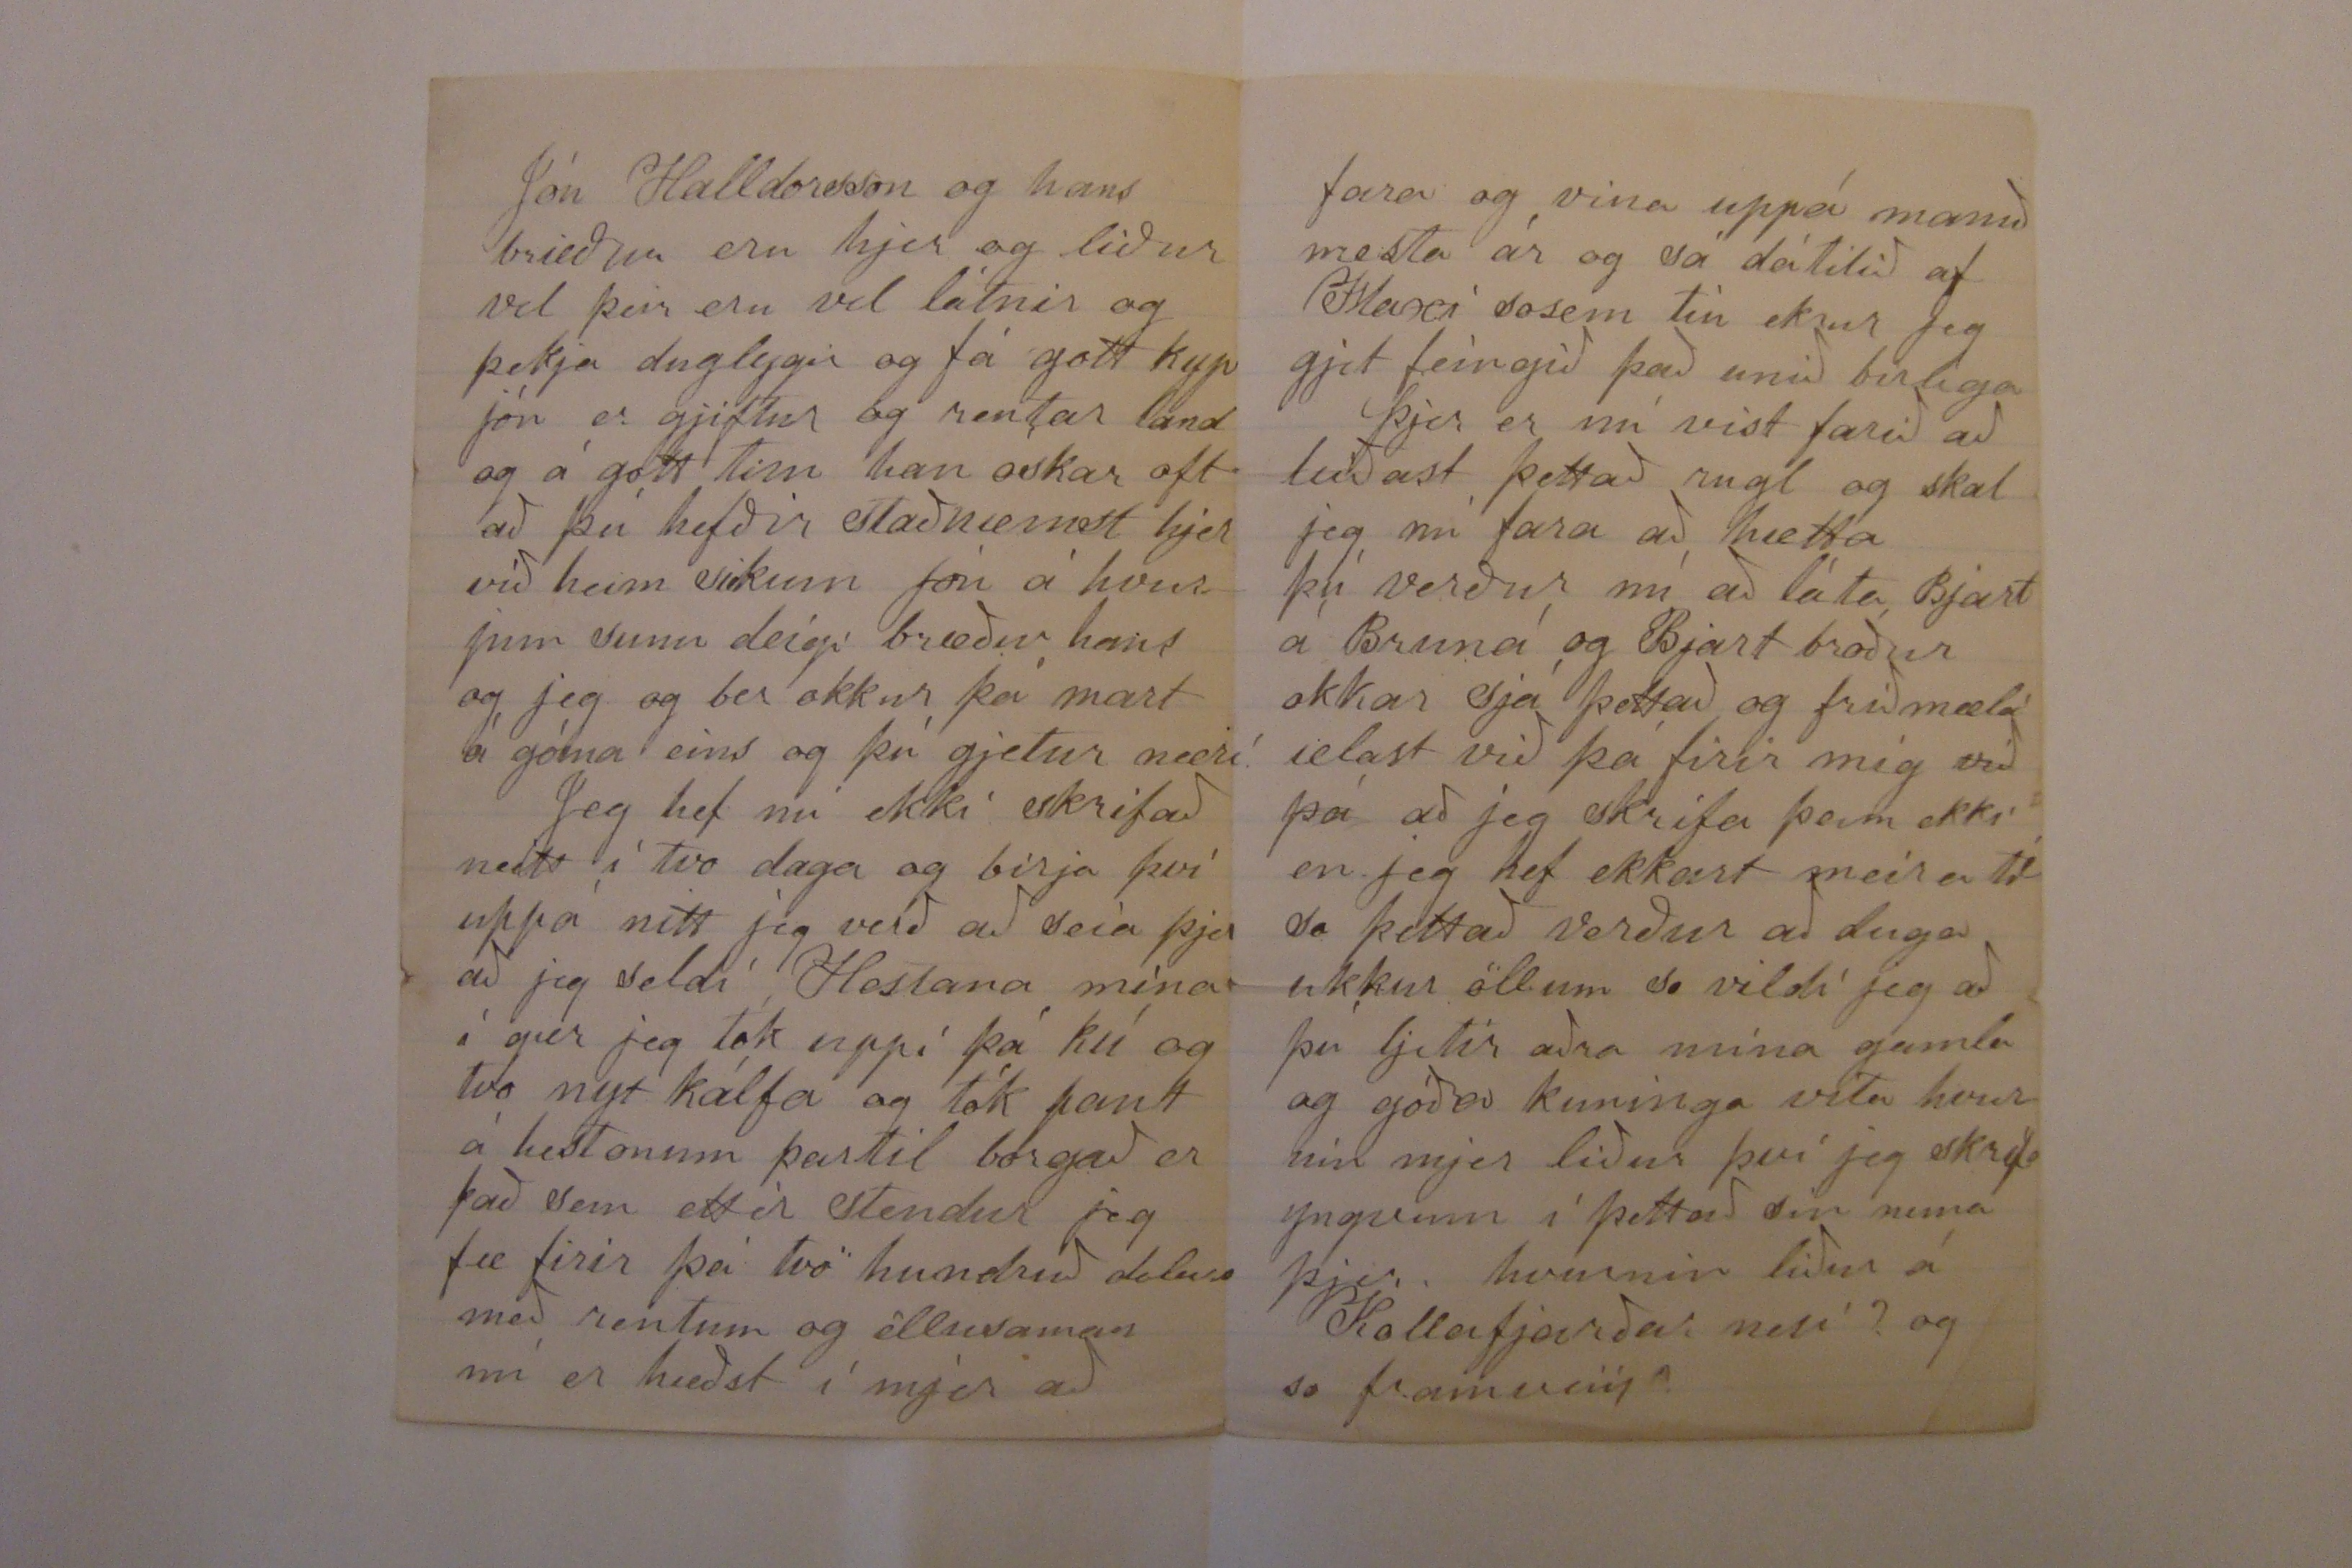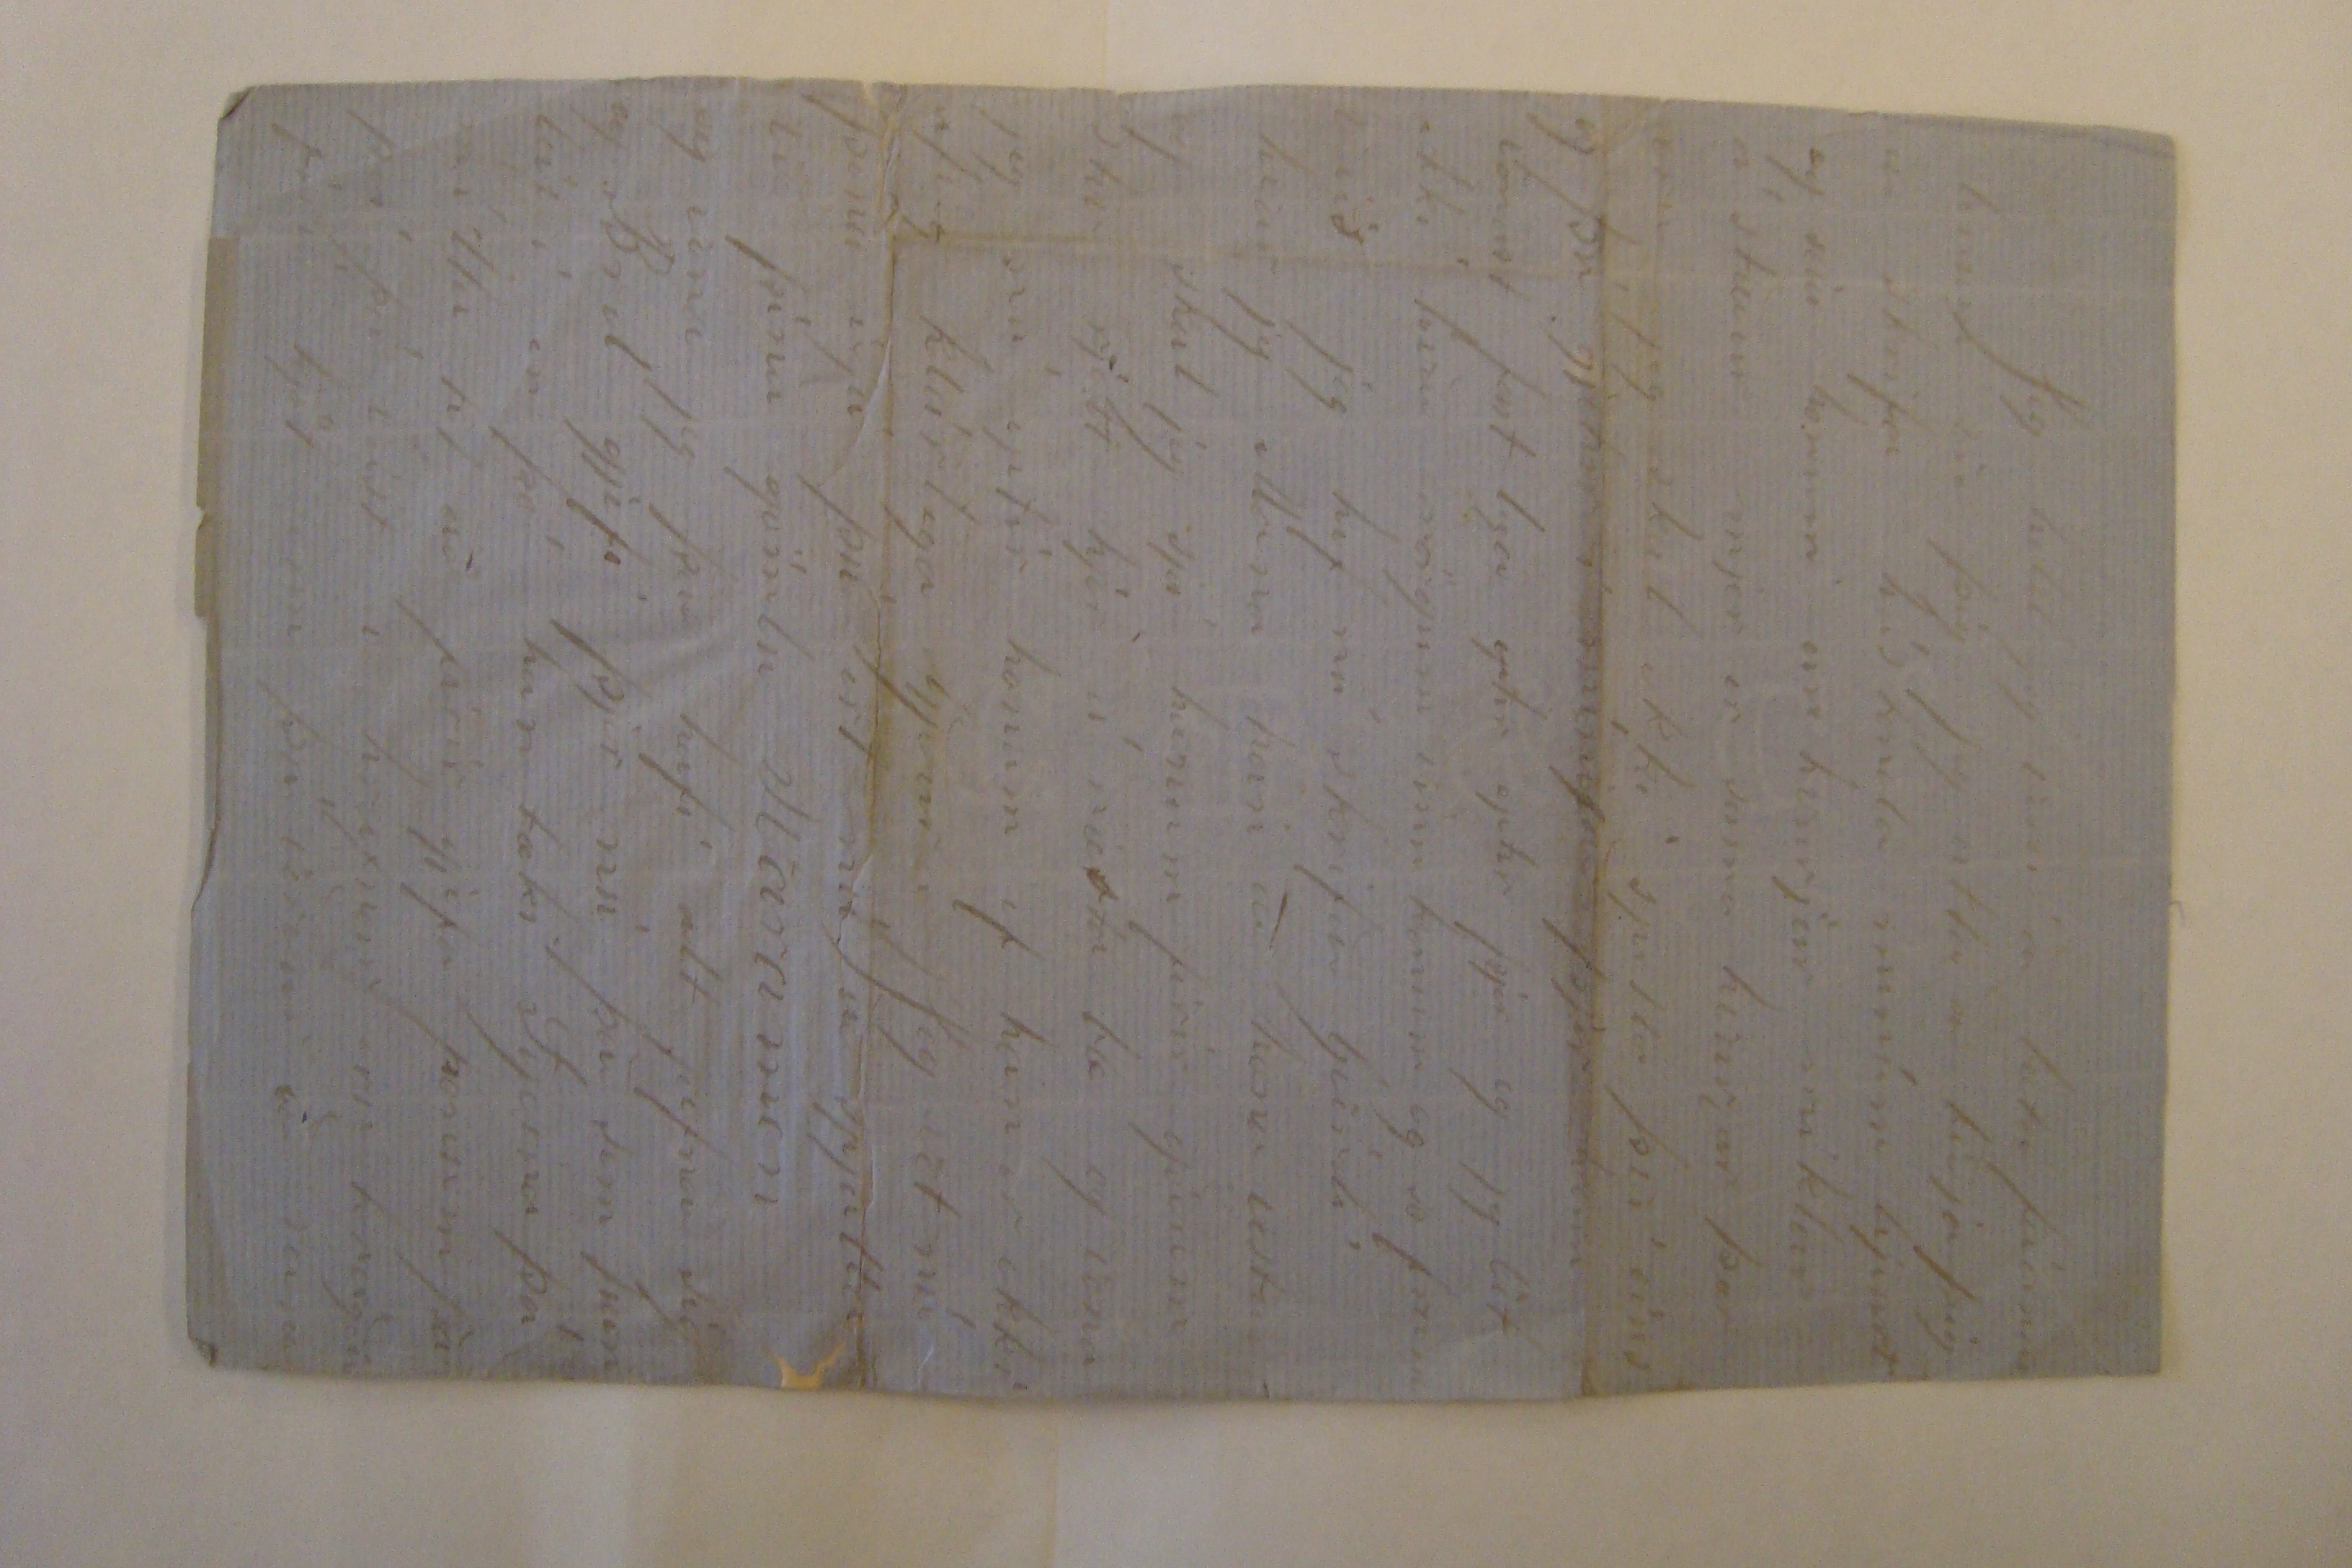

Firth, 10. Janúar, 1898
Elskuleigi góði bróðir alla tíma sæll! það er nú orðið svo lángt síðan að við höfum skrifast á að jeg man nú ekki hvur okkar skrifaði seinast. en hvað sem því líður þá þakka jeg þjer hjartanlega firir öll þín gömlu og góðu brjef sem mjer var vant að þikja vænt um en missir þeirra er víst mjer sjálfum að kjena og vil jeg feigin biðja þig að firirgjefa mjer alla trassa menskuna. Jeg attla nú að hressa uppá mjer með þessu níbirja ári og skrifa þjer nú lángan og snjallan frjetta seðil sem seigi þjer alt af mjer og kuníngonum.
Þá er nú þar til mals að taka að jeg kjeifti mjer í firra vetur tvo hesta Plóg og herfi og búninga mig vantaði fimtíu dollara uppá að gjeta borgað firir dótið og fjekk jeg liðun á því þar til í hyst jeg fjekk ruslið
meg
með góðu verði það kostaði mig tvö hundruð og tuttugu dollara síðan fór jeg og plægði járnbrytar land sem hafði verið ifirgjefið so jeg þurti ekki að gjefa neina legu og þar með fór jeg og tók til láns fimtíu dollara virði af útsæði hvar af jeg uppskar eitt hundrað og níu bushels af hveiti sem jeg seldi firir áttatíu
cente
bushels
bushel
og
att
eitt hundrað og þrettán bushels af Flax sem jeg seldi firir eirn dollar
hvurt bushel so uppskar jeg af mæis hálft sjötta hundrað han er nú í lágum prís nefnilega á tuttugu
cente
bushelið jeg hef nú ekki selt neitt af mæis enþá jeg á liðug átta hundruð af mæís jeg hef nú ekki sagt þjer neitt af kypbraski mínu enþá jeg er nú hræddur um að þjer leiðist nú þettað rugl en samt skal jeg nú láta þig hafa það alt saman ílt og gott!
I firra vor eftir að jeg hafði kjeft hestana fór jeg á kost til mansins sem jeg hafði verið hjá nefnil T R Burlings og borgaði firir fæðið tvo dollara inn vikuna og hjelt jeg þessu á fram þar til eftir uppskje
una
þá for jeg og brallaði öðrum hestinum firir helming í fimtíu ekrum af mæis og helming af fjórtán ekrur af höfrum þeir vóru allir í bindum þegar jeg brallaði
og tuttugu og
og helming af tuttugu og fim ekrum af hveiti það var ósleiið jeg varð að standa allan kosnað af uppskjeruni og þreskinguni og híða allan mæisin en jeg fjekk frían kost so leingi sem jeg var að vina að þessu dóti og firir þá sem jeg hafði til að hjálpa mjer jeg var rjett nú búin að slá mitt eigin hveiti og flax þegar jeg kjeifti þettað so jeg komst ljett út af uppskjeruni jeg og anar maður bundum þessar tuttugu og
fim ekrur á þremur dögum jeg galt honum hálfan anan dollar á dag og dreingnum sem jeg fjekk að kjera sjötíu og fim
cente
á dag síðan legði jeg man til að stakka firir mig það van jeg nú alt af mjer síðan þegar kom til að þreskja þá fjekk jeg í min hluta hundrað og fimtán bushels af hveiti og tvö hundruð bushels af höfrum jeg seldi hveitið firir sama prís og hitt en hafrana á jeg en nema það sem jeg hef gjefið klarum mínum hafrar eru ekki nema á tuttugu
cente
jeg vildi að helmingurin væri hvorfin til þín firir gamla Jónas ef han er tórandi og Lubba jeg seldi átta ekrur af þessu Corni á fim dollara
akruna og fjekk hin helmingin híddan það er að seia átta ekrur, það skjildi mjer eftir um fjörtíu akrur sem jeg híddi sjálfur og í min hluta fjekk jeg um tvö hundruð og fimtíu bushels, já nú er ekki nóg með þettað eftir að hafa brallað þeim brúna átti jeg nú ekki nema eirn hest so við firsta tæki færi brallaði jeg honum firir horngriti stóran uxa og og kálf og fimtán dollara jeg seldi kalfin sama
dagin
firir tíu dollara greindi kusa um hríð og tróð han í baða enda með korni seldi han síðan slátrara firir fimtíu og fim dollara þótti þjer ekki kusi klára sig?
Nú for mjer að leiðast
þettað hest leisi so jeg fór og kjeifti mjer tvo gjæðinga jeg gaf eitt hundrað og sjötíu dollara firir þá jeg skal seia þjer að þjer mundi þikja gaman að sjá þá núna samt hef jeg nú braskað oðrum þeirra firir moldóttan stóran sem
jötin
jeg kjefti mjer og í haust nían vagn á áttatíu dollar jeg hef nú ekki borgað nema lítið eitt í honum jeg hugsaði að jeg
skji
skjildi sja first hvað nía arið færði með sjer jeg er er nú í sama stað jeg hef nú altaf verið að híða mæisin min til þessa dags og er nú ekki enþá alveg klár oft í hyst hef jeg oskað að þú værir anað hvurt komin hjer eða jeg
til þín hvurt heldur þú nú væri best? eða heldurðu að það sje best eins og það er að hafa attlandshafið á milli okkar? dettur þjer nokkurn tíma í hug að koma til Amiríku? Jeg gjet sakt þjer að mjer dettur oft í hug að skreppa ifrum til þín en jeg gjet aldrei komið eins og mjer líkar
veiri
jeg heima þa stæði mjer á sama þó jeg kjæmi als lys til amiríku en það er alt anað að koma til Islands
róusakaður
þú mátt nú ekki taka þettað so að jeg sje að vantreista Fróni eða inbiggum þess og ekki máttu heldur taka það so að jeg sje að gilla firir þjer Amiriku eða
væi
henar
Þig mun lánga til að heira eitthvað frá Manitoba en það er nú vest að jeg er nú fáfróður þaðan samt skal jeg nú rugla einhvurju utúr mjer þaðan það er nú first að seia að þeir eru búnir að fá sjer Prentsmiðju og gjefa þeir ut dagblað á íslensku sem þeir kalla Framfara það kjemur út tvisvar í mánuði að mig minir jeg held það sjeu komin út eitthvað átta blöð jeg held að jeg hafi sjeð þyg öll og ini hald þeira er nú mest æfisaga þeirra landa síðan þeir fóru að
flji
flitja til Canada og er þjer nú víst kunugt um
það
þyg seia líka frá komu Canada stjórans til þeira í fira sumar jeg skal reina að senda þjer blöðin ef jeg gjet fundið þyg þyg seia líka fra lans lægi þar hjá þein og nokkuð af veður
áttu
lægi
síðan þeir komu þángað ifir höfuð að tala þeir láta vel ifir sjer þeir eru bunir að útvega sjer tvo Presta sjera Páll Þorláksson og sjera Jón Bjarnason. eftir því sem framfari seigir þá hafa þeir ekki ræktað mikið enþá það er víst örðugt að undir þar akra og heldur vil jeg vera
sljettu
búi en skógar maður, eftir sögnum Framfara er nílenda þeirra öll þikkur skógur þeir seia að
alt sem þeir plöntuðu í vor að var þreifst vel þeir hafa töluvert af kúm samt skilst mjer að allur
nötpeningur
sem þeir hafa sje lánslak frá stjórnini ekki eru nema þrír Plógar í heilu nílenduni og víst eingin hestur jeg er stundum að hugsa um að fara þangað með klára mína og fara að
plææa
firir þá en mjer þikir vest að þeir hefðu ekki við mjer að högfa niður lurkana og brena það en hvað sem því
þ
líður þá er jeg hræddur um að það borgaði sig ekki að fara hjeðan og þangað með hesta það irði víst kostbært og æti upp öll sin gjæði
þú hefur víst heirt frá Baldvini sem var í Sporði það dálitil grein í framfara eftir han sem seiir fra ásigkomulægi þeira þeim gjeingur nú seigt að
reina
skogjin þeir eru minir mig sex í þeiri nílendu og hefur hvur þeira sosem sex ekrur ruddar. þeir hafa þar töluvert af nytgripum þeir hafa ekki ræktað neitt hveiti að mjer skjilst þeir seia að það borgi sig ekki og eftir sögnum vildi jeg heldur vera í Manitóba. Máski þú fljitir þángað með tíðini og þá fer jeg þángað líka Aldrei gjet jeg heirt fra gvendi sem var í Tjaldanesi?
heiruð
heirir þu nokkurn tima af honum?
Mörg eru nú í mjer
viðinn
eins og vant er og marga
loft
kastala biggi jeg sem allir hringja óðara stundum er mjer að detta í hug að selja nú alt heila draslið og skreppa heim og og heimsækja þig og aðra gamla kunínga attur hugsa jeg að eftir að jeg er nú orðin so hagvanur hjer þá sje mjer nú best að vera
þjer
og anað hvurt fara nú vestur og
þ0
taka mjer homestead eða þá að kypa mjer Jarnbrytar Land sem nóg fæst nú hjer firir 3-4 dollara ekruna. jeg sje það hjer verður gott að vera þegar fam fara stundir jeg held að það sanist a mjer gamla orðtækið að sá á hvöl sem velur
Jón Halldorsson og hans bræður eru hjer og líður vel þeir eru vel látnir og þikja duglejgir og fá gott kyp jón er gjiftur og rentar land og á gott tim han oskar oft að þú hefðir staðnæmst hjer við heim sækum Jón á hvurjum sunu deigi bræður hans og jeg og ber okkur þá mart á góma eins og þú gjetur næri
Jeg hef nú ekki skrifað neitt í tvo daga og birja því uppá nítt jeg verð að seia þjer að jeg seldi Hestana mína í gær jeg tók uppí þá kú og tvo nyt kálfa og tók pant á hestonum þartil borgað er það sem ettir stendur jeg fæ firir þá tvö hundruð dolars með rentum og öllusaman nú er hæðst í mjer að
fara og vina uppá manuð næsta ár og sá dálítið af Flaxi sosem tíu ekrur jeg gjet feingið það unið birliga
Þjer er nú víst farið að leiðast þettað rugl og skal jeg nú fara að hætta þú verður nú að láta Bjart á Bruná og Bjart bróður okkar sjá þettað og friðmælaælast við þá firir mig
við þá
að jeg skrifa þeim ekki en jeg hef ekkert meira til so þettað verður að duga ukkur öllum so vildi jeg að þú ljetir aðra mína gamla og góðu kuninga vita hvurnin mjer líður því jeg skrifa yngvum í þettað sin nema þjer. hvurnin líður á Kollafjarðar nesi? og so framveiis?
að endingu óska jeg þjer og ukkur öllum gleðilegs og farsæls árs Og næsta sumar
skosta
kjör kvað sem við mig dullar, og tóttu kvurja af töðu og stör þú troðir allar fullar
jeg þarf ekki að biðja þig að skrifa mjer jeg veit þú gjerir það kvurtsem er og seiir mjer alt af kuningonum hvað er talað um amiríku ferðir?
Firir gjefðu þettað rugl. og líði þjer og ukkur öllum æfinlega betur en þin einlægur broðir gjetur
biðlað
L Bjarnason